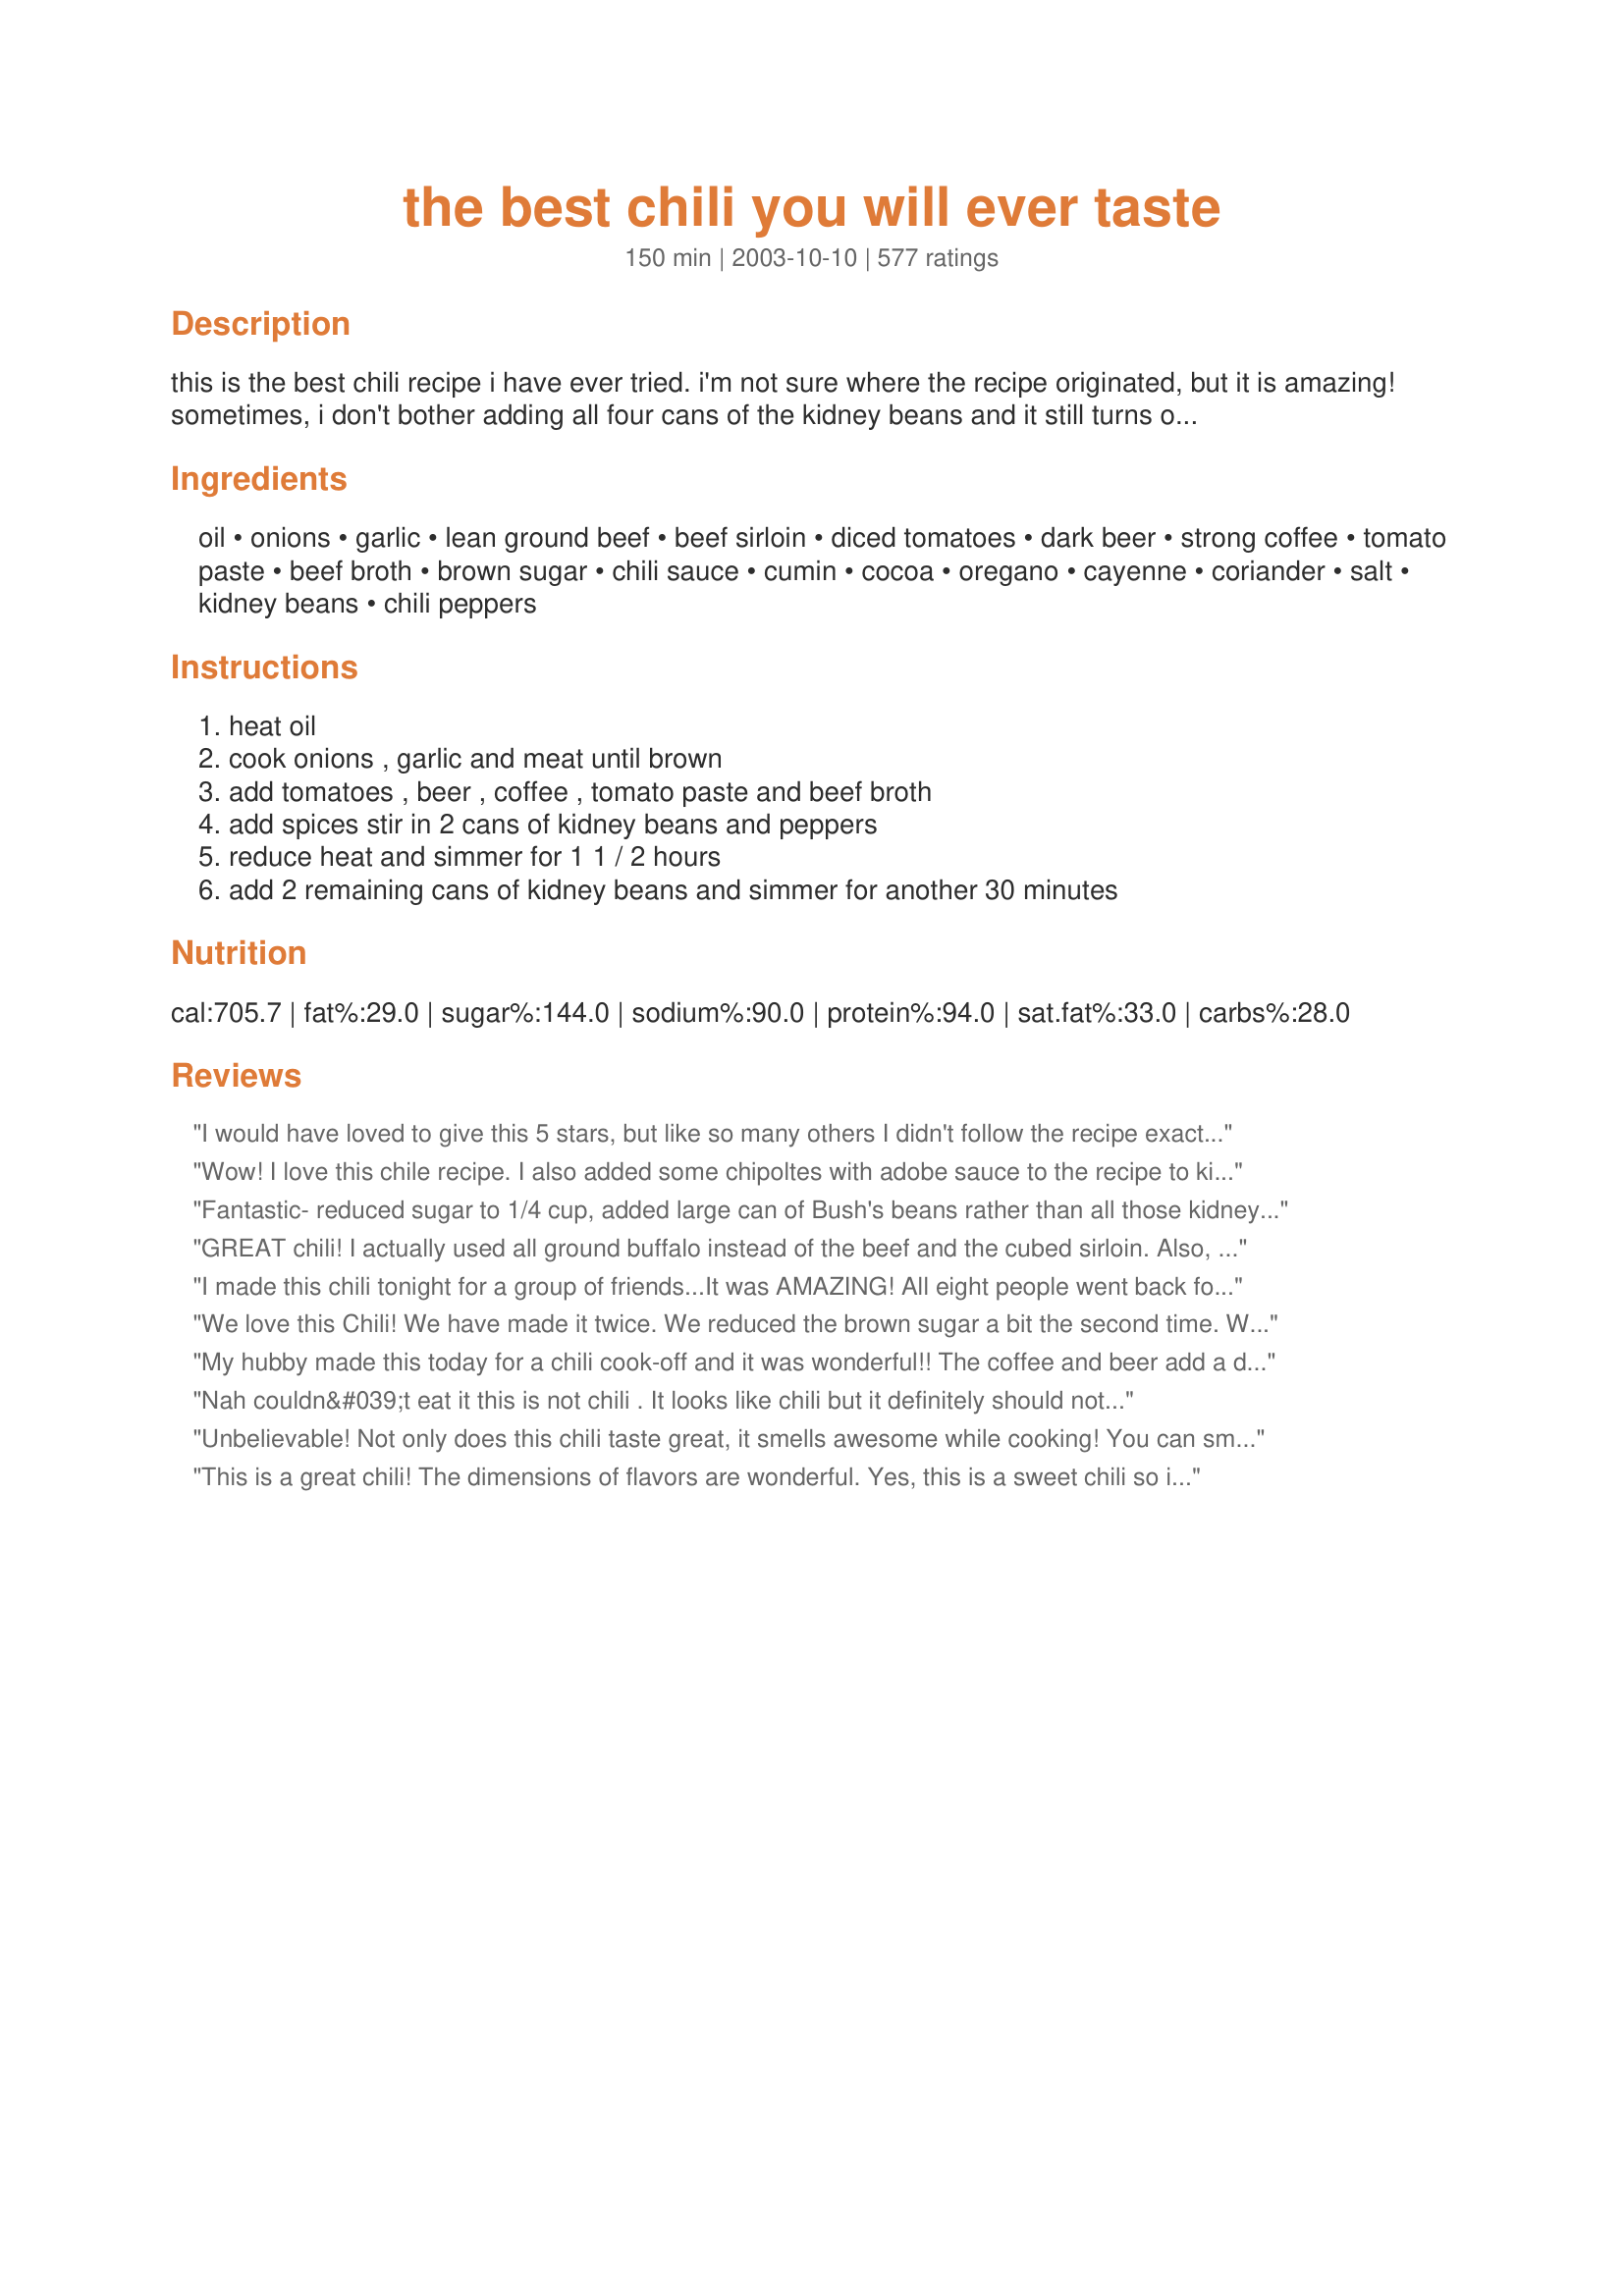
the best chili you will ever taste
Preparation time: 150 minutes

this is the best chili recipe i have ever tried. i'm not sure where the recipe originated, but it is amazing! sometimes, i don't bother adding all four cans of the kidney beans and it still turns out wonderful. once anyone tastes this chili, they will be begging for the recipe!! enjoy!

Ingredients:
oil, onions, garlic, lean ground beef, beef sirloin, diced tomatoes, dark beer, strong coffee, tomato paste, beef broth, brown sugar, chili sauce, cumin, cocoa, oregano, cayenne, coriander, salt, kidney beans, chili peppers

Steps:
heat oil, cook onions , garlic and meat until brown, add tomatoes , beer , coffee , tomato paste and beef broth, add spices stir in 2 cans of kidney beans and peppers, reduce heat and simmer for 1 1 / 2 hours, add 2 remaining cans of kidney beans and simmer for another 30 minutes

Reviews:
I would have loved to give this 5 stars, but like so many others I didn't follow the recipe exactly. I think if I would have, I still don't feel it would have been 5 star for me. We used espresso coffee, used chili powder (as someone else suggested), used 1/2 the sugar (I have trouble with too much sweet), and used white kidneys & pinto mix. It wasn't bad really. I truly expected more. I've heard that if you make a rue from red wine with the tomato paste it will enhance the flavors, I may try this next time.
Wow! I love this chile recipe. I also added some chipoltes with adobe sauce to the recipe to kick it up some. We loved it. This is now our regular chile recipe.
Thanks for sharing this one.
Fantastic- reduced sugar to 1/4 cup, added large can of Bush's beans rather than all those kidney beans, added can of corn, only 2 jalapenos, added lots of cayenne pepper and more cumin, and used fresh tomatoes over the canned. I ended up putting it all into a crockpot with a small beef roast (instead of ground meat and cubed serloin) and let it cook over night (14 hours). This morning i got up to taste it and WOW- the slow cooked meat just falls apart adding a soft delicously flavorable meat to the chili. My crockpot is small and the beer wouldn't fit (i was so excited about adding beer to chili) i guess next time i will reduce the beef broth and scale back on the quantities so that the beer can fit. If you love this recipe be sure to try a Mexican sweet mole. It's a ground nut, honey, and dark chocolate based sauce that is served over meats. Lovely!!
GREAT chili! I actually used all ground buffalo instead of the beef and the cubed sirloin. Also, I only had 1 can of beans, but the chili wasn't missing anything! Usually I have to add extra seasoning, but this was right on. I'm excited to have the leftovers!
I made this chili tonight for a group of friends...It was AMAZING! All eight people went back for seconds! I wish I had some leftovers :( I cut back on the hot sauce (1 tbsp instead of 3 1/2) and let those who wanted it hotter add their own. I also cut back on the brown sugar like others suggested (1/4 of a cup instead of 1/2). I may make more tomorrow...
We love this Chili! We have made it twice. We reduced the brown sugar a bit the second time. We use wine instead of beer since gluten is an issue in our household. Amazing recipe!!
My hubby made this today for a chili cook-off and it was wonderful!! The coffee and beer add a depth of flavor that regular chili doesn&#039;t have. Try it, you will like it. Thanks Amanda!!
Nah couldn&#039;t eat it this is not chili . It looks like chili but it definitely should not have all that sugar . You should not brag about how good it is because this isn&#039;t even top 1000 im sure in a chili cook off it would lose sorry.
Unbelievable! Not only does this chili taste great, it smells awesome while cooking! You can smell the cocoa, beer and the coffee as it cooks wafting through the air beckoning you to come and savor the flavors within.
Yes it is That Good!
This is a great chili! The dimensions of flavors are wonderful. Yes, this is a sweet chili so if that&#039;s not what you want find another recipe or come up with your own. Please stop posting recipes as reviews!
I,ve always wonderd what was missing from my chilli. And now i,ve been enlightend. Thank you
I cooked this recipe and entered it in our annual mens Chile cook off and came in dead last. What a waste of alot of money to cook it
This was really good! I substituted more beef broth for the beer, a flank steak for the sirloin and simmered everything in the crockpot. Yum! I will definitely add this recipe to our dinner rotation. I think next time, I will decrease the brown sugar to 1/4 cup, just to know the sweetness down a notch.
This was pretty good. I didn't have some of the ing. but it was ok without them. My dh thought it was a little sweet for chili. Overall it was tasty. Thanks
thank you for an outstanding recipe. we are big chilli fans and this is the only recipe i will be making in the future! i did restrict the beans to 2 cans and this was plenty for us. although this recipe takes some time to cook it makes a huge amount and turns into not only a totally delicious chilli (the best one we have ever tasted) but also an economical dish. i even used some of the leftovers to make a pizza! i was not too sure of the quantity of dark beer as it says one can. i live in africa and the best dark beer is Guinness which comes in a very large can so i put in 3/4 of a can and as it turned out superb i guess i was right. i shall never make any other chilli recipe again other than this. THANK YOU.
I have to admit, I was nervous to serve this to my husband as I thought it might be too sweet or too out of the ordinary for my him but I must say it is fantastic!!! I think the key is to leave it simmering for the recommended time so thickness is not an issue. Four cans of kidney beans was plenty for us. Love it! Thank you so much for a unique version of chili.
The ingredient list really intrigued me as I was looking for a chili recipe...I really thought that the chili tasted a bit too sweet - other than that, it tasted great! DH did not notice the sweetness, so he liked it fine! :) Thanks for sharing the recipe!
I have two words to describe this chili Awe Some I've been told to enter this into contests.
Amazing, I can't make enough of this stuff!
I am not sure this will make it to monday (I was making it to take in for co-workers!)...i can't stop "testing" it.... I'm sure it'll only be even better tomorrow, too! Thanks, Amanda!
I can't quite give this 5 stars yet but it is darned close! I was looking for a recipe to use in a chili cookoff and I'm sure this will be the one - with a few modifications. I followed the directions exactly but should have taken note of the reviews about sweetness. I did find it to be too sweet for chili and will cut the brown sugar AT LEAST in half the next time I prepare this. I also added 1/2 cup of red wine and drained the liquid from 2 cans of beans to compensate. I used canned green chilis and added about 1 T. of my favorite hot sauce as well. I think the next time I make this, I will switch up the beans a bit and add 1 can of light kidney beans, 1 can of dark, 1 can of pinto beans and 1 can of black beans. The color diversity will go well with the diversity of tastes and textures!

I really love the way these very interesting flavors blend together and I can wait to try this again, with much less brown sugar. THANK YOU!
The name is right! I have never been a chili fan but I LOVE this recipe. I take it from some of the comments that a lot people are used to a more peppery, tangy chili and weren't really feeling the sweeter richer flavor but for me that's what made it so good. I took this to a football tailgate a year ago and people still ask me when I'm going to make it again. :-)
Made this chili for a cook off and took 4th. The chili that won was hotter than I made mine. I love, love, love, this chili. First time I made it, I thought it was a little sweet for my taste. Second time, cut back on brown sugar and nailed it. I never had a receipe for chili until now.
This truly was some awesome chili. DH was a little disappointed that he couldn't actually taste the coffee and the beer in the mix, but agreed that it was very good nonetheless. :-) I made mine in the slow cooker. I browned the meat, onions, and garlic and added to the cooker with all of the other ingredients, except for 2 cans of beans. Cooked it for 9 hours on low and added the other 2 cans of beans when I got home from work. Let it cook for about 20 minutes while some corn muffins baked. I will probably add some more peppers next time, as we like our chili of the 5-alarm variety. I also didn't pack the brown sugar, so I don't know that it was as sweet as others have mentioned.
Very good! It was a little sweet for my taste, even after reducing sugar by half, but otherwise great! And if you like a sweet chili, don't change a thing.
Made this chili for a superbowl party. It was bar far the best chili I have had. The guests at the party also agreed. Will make this again very soon!
I made this as per recipe without changing anything. I didn't care for it at all. The cocoa was really over powering and just didn't taste right in chili.
Just put it all together in a crock pot. Tastes great so far :) Added brewed coffee to taste. Ended up being half of what&#039;s suggested. Added 1/8-1/4 cup of the chili sauce instead of the 3tbs. Added brown sugar to taste. We like it on the sweeter side. Added about 3tbs of chili power. Just used ground beef. Didn&#039;t add any peppers to keep heat to a minimal for family members sensitive stomachs. Will update in a few hours after we eat :)
While I liked this chili, I do agree that it is too sweet. I cut back to 1/4 cup brown sugar and the sweetness of it was overwhelming. I will make this again, but leave out the brown sugar. I also added another can of diced tomatoes.
This was super delish and really fun to make. A bit pricey too, but worth it! I omitted the hot peppers and mashed the kidney beans before adding them to the pot cuz I'm not a big fan of beans. This also works to hide them from kids who don't like them! I froze alot and keep enjoying it occasionally. I eat served with Frito scoops, and sometimes sour cream and old chedder shreds. Thanks so much, it's a keeper!
I really enjoyed this chili. Only gave 4 stars because I made some modifications to the recipe, per other reviews. I only used 3 cans of beans, 2 cans pinto, 1 can kidney. I used one and a half tbsp brown sugar, and used chili pepper paste as I could not find chili peppers. I liked that it did not have chili powder and still had great flavor.
A tad too sweet. It gets better with age. It&#039;s better as an all day crockpot simmer rather than a quick fix.
Oh,this is good!! I've made this a couple of times,the second time I used rump instead of sirloin (a cheaper option,and as it cooks for so long it seems a bit less of a waste than using sirloin).I wasn't too accurate on the beer or broth measurements either (so many different sized cans!!),and I also only used two tins of beans.My husband saw me cooking and turned his nose up when he saw the cocoa and coffee on the worktop-he apologised after he finished his second helping!!! An absolute star of a recipe-many thanks for sharing!!
Pretty good when made in a crock pot. As an inexperienced cook I was a little frustrated that the recipe didn't specify whether to drain the beef and beans. Also, I used coriander seed since it didn't specify and I was unfamiliar with the spice, but ground coriander would probably work much better. I omitted diced tomatoes and onions because of picky eaters in my family and used only ground beef and 3 cans of kidney beans. Added a little tomato sauce and some chili powder as well. The recipe came out too sweet even with only 1/3 cup sugar. I found a cooking forum that suggested adding dry mustard to taste to balance it, and that worked pretty well. Overall a good recipe, but next time I'll use extra caution adding sweet ingredients and omit the coriander completely.
The taste intensifies wonderfully after cooling, keep in mind while adjusting to taste for sweetness/spiciness as suggested. Delicious with lettuce, avocados and fresh tomatoes, we don't even feel like adding cheddar cheese, very very tasty!
I never made chili before, I followed the recipe with the exception of the chili peppers (I used 4 homegrown tabasco peppers which I smoked with apple wood chips). I won first place in my family chili cook-off in which there are a bunch of cooks/chefs (I'm not by ANY means). Thanks for the recipe!
I thought this was a great recipe. I made venison chili, with ground venison, braised backstrap chunks, and smoked venison sausage. I upped the heat by using hot Rotel vice diced tomatoes and added extra cayenne. I too cut back on the sugar (used a &frac14; cup). The coffee and coca were a perfect match for the venison. I entered this chili in the office chili cook off and won 1st place, so I?m not too sure about all the really negative reviews. Chili recipes are like opinions?everyone thinks theirs is best.
SO GOOD!!!! I made it for a pot luck, blind, and it was the most requested recipe. So popular with "different" ingredients, that I have transformed so many to chili lovers!! Thank you Amanda. My bro lives in Ohio and he added spaghetti, makes it more like Burgoo, BUT BETTER. I do a big can of tomato, but thats all I had. Have used a variety of beans and all good.
Thank you for this wonderful recipe. Beer and coffee in chili, who would of thought this would turn out so darn good!
We had this last night and were pleasantly surprised! After reading a few negative reviews I wasn't sure what to expect but we loved it! I did half the sugar as suggested by other reviewers. I added a few fresh tomatoes in addition to the can and my husband and I agreed that if i omitted the steak next time it would be just as good. Thanks for a fun new chili recipe!
Very good chili! I reduced the brown sugar to 1/4 cup and felt it was still a wee bit too sweet. Otherwise, it was a nice saucy chili, and everyone liked it!
This was definitely a good guide for me to make a really delicious chili! Probably the best one I've ever made, but I did make a number of changes to the recipe. I doubled the garlic, and used 1 pound of spicy chorizo instead of lean ground beef. For the beer I used a dark porter which I would definitely recommend!! After that, I omitted the brown sugar and chili sauce and used about 2 tablespoons of maple syrup to add just a little bit of sweetness to the chili and to take the edge off all the heat! Broth was better than bouillon veggie base and water. About the heat... I used 2 red jalapenos and one poblano for freshness and flavor. I kept all the spices the same as listed in the recipe, but added an orange bell pepper to the mix. This made the spicy factor perfect for me (spicy but no burning), and if people wanted more heat they could add chili sauce (sriracha) to their own bowls. I didn't buy kidney beans at the store because I thought I had some... so I used the only beans I had which was 1 can of red beans and 3 cans of black beans. It came out DELICIOUS. The chunks of beef are a nice touch. Served with fat free greek yogurt, cheddar cheese, green onions, and freshly baked homemade cornbread! YUM
This is definitely the "best chili you will ever taste" in our house! Have made in a number of times now (only reduce the amount of beans because kids not keen on them) and the plates are licked clean. Thank you so much for posting.
Substituted jalapenos & habaneros for the chili peppers, loved it! Great recipe!
I wish I would have been able to get online and look at the reviews before making this. It was too sweet for me. Hopefully my husband will like it, since I made it for him and his buddies. <br/>If I make it again I would just use ground beef and only add 1 T of brown sugar. Only thing I did different was add 2 chopped jalapeno's because I didn't have any chili peppers.
I made a vegan version of this chili using Yves hamburger substitute, and it was very good. Only used one can of tomato paste and feel that was more than enough. I think with two cans the tomato flavor would take over. Also cut the sugar in half and it was plenty sweet. Used 4 green chilis from my garden. Used a brown ale but will try a light lager next time. Also used pintos instead of kidney beans because I think they're more suitable in chili. All in all a keeper recipe that I will make again.
I have made this chili a few times and it's very good! I don't use as much sugar because it can get a little too sweet for my husband. I'm making it again today!
I have read many reviews of this before trying it. So I took my own spin on it using my own recipe for my personal chili and added the coffee chocolate and beer. I like it. Though my recipe is a bit different than this one. Overall I think that adding the brown sugar would have made it too sweet for chili and adding some chili powder is always a must for my chili. Check my recipe out and you might find it even better.
The very Best Chili I have ever made! I have been making this Chili for 5 years for our Halloween Party and EVERYONE (Well over 30 people) agree this is the best! All year long my friends and family say "we can't wait to have your chili!"
It was so good... I was really impressed and so was my husband. I did only 2 cans of kidney beans and 2 chili peppers but it was still so good.
When a person changes the recipe to an entirely different version, yet gives the recipe 4 to 5 stars, then that isn&#039;t accurately judging the original recipe. Having the variations is great and I see some I would much rather try than this original, but the 4-5 stars belongs to YOUR recipe....not the original!
Thanks Amanda! I just won a chili cook-off at our company using this recipe! Even more impressive: we're in TEXAS!

Alterations: I doubled everything to start, except the chilis, so it would be a bit milder.
For the dark beer, I used Guiness Draft. For the sirloin, I used a couple of thick t-bone steaks, well trimmed and diced into 1/4 to 1/2 inch cubes. For the ground beef, I used ground sirloin - when I browned the sirloin, I did not "powder" it, instead leaving most of the chunks about 1/2" or larger.

Most Important: After the initial cooking of the chili in a large stew pot, I transferred it to a couple of crock-pots and left it on low for about 14 hours, stiring only once every couple of hours.

This resulted in a hearty chili that warms you to the bone and has several stages and layers to the flavor that the audience found most interesting and enjoyable.

Thanks again!

Wonderful flavor with so much complexity. Everyone I make this for raves about it.
The fun thing about chili is being able to play with it. I was looking for a base recipe for the crockpot and all the good reviews led me straight to this one. As with most of the other chefs, I subbed. I used a mix of ground beef, pork, chicken and hot italian sausages, grated dark chocolate, black and pinto beans, and serrano and chili peppers. Omitted all but a tablespoon or so of sugar and used chili powder, but the uniqueness of the coffee and dark beer was amazing. I almost didn't want to add the spices, just that with the cooked meats and onions was SO good. So, if this help another person sub item they don't have or don't like, great! A beer connoisseur recommended Black Lion when told what it was for and WOW, what a great beer - enough for both the chili and a nice tasting glassful. It is full-bodied and not sweet. HAVE FUN!
Since I had leftover sirloin in the fridge, coffee in the coffee pot and beer in the garage I felt compelled to make this chili. I was a bit skeptical that it would be better than my old standby recipe but was I ever wrong! This chili really is the best I ever tasted! I omitted the coriander because I didn't have any and used a can of Bud instead of dark beer. I used a t. of chili powder in place of the peppers. I also only had one can of beans so this ended up heavy on the meat. Next time I will use less brown sugar because it was a little sweet. All that aside, this is an amazing chili recipe. Can't wait to make it again just as written.
No doubt the best chili I have ever made or tasted. I will never make another chili again. Made it exactly as it as written. For those of you with gluten allergies I used a gluten free beer for this. AWESOME. UPDATE. I made this chili last year for our church superbowl party and like I said it was awesome. Apparently, it made such a good impression on a couple people at church that they actually requested I make chili again.
This is the first time I made chili, and it came out fantastic. I halved the recipe and used ground turkey to make it healthier. I also followed the suggestions of other reviewers and reduced the brown sugar to 1 TB. I used 3 heaping TBs of chili powder because I didn't have any chili sauce and added about 5 dried chili peppers, including seeds (we're big fans of spicy). So yummy and spicy, and surprisingly easy to make. I'm adding this to the permanent recipe collection. THANKS!
Definitely a 5 star. I would cut back on the Brown Sugar by third. If you like it a little more warm. Double the cayenne and and/or add Chipoltes..or whatever pepper strikes your fancy. This one is a keeper.
It is the best I've ever tasted, but my tastes and others often disagree. It may not be for you but I make it very often
Obviously I'm in the minority here, but I don't see what all the fuss is about. This chile tastes more like baked beans with meat in it and although it's nice, I like my chile to taste like chile. The sweetness was the only drawback for me--it had a nice flavor otherwise & you couldn't even tell there was beer, coffee and chocolate in it. But that might be because of the sweetness! If I ever make it again, which is doubtful, I would omit most or all of the sugar.
We really loved this chilli. I added Guiness , hadn't a can of beef broth so used good quality stock cube, I put slightly less than 1/4 cup of brown sugar so it wouldn't be too sweet and since I hadn't any cocoa was able to sub with best quality dark chocolate. I used 2 chillis which suited our taste- might add another one next time I make it. I used half the amount of kidney beans ( only so we could still live under the same roof!!)
Left it overnight -the best flavour ever! The only recipe I'll ever use again.
Thank you for sharing.
This is absolutely the easiest and best Chili recipe ever. It could win contests and it wins over every person I feed it to. We make it several times a year and freeze the leftovers for a quick meal. Kids love it (if you make it with a little less bite) and adults love it with all the bite. Not too spicy, just perfectly spiced and delicious when topped with some sour cream and cheddar cheese.
I have been using this recipe for the past few years, it&#039;s fantastic! I cut the brown sugar in half but otherwise follow the recipe. Thank you for sharing!!!
I made this for the 10 firemen I work with and they absolutely LOVED it. Thanks!
VERY CLOSE to the very best chili. I used ground buffalo and 1-1/2 lb. buffalo sirloin. Left out the brown sugar, added 2-3 tablespoons of chili powder. Used drained and rinsed white, black and dark red kidney beans. Spill in a little of that red wine you're sipping. Comes out great. We liked it! And as usual with chili, it was better the second day. Great for non-cooking football Sundays. Serve with grated Cheddar and maybe sour cream if you're so inclined, and we are. Another contender for the very best chili is #50732, Kelly's chili. Quite different from this one, but definitely very good. Many thanks for sharing the recipe.

...Janet
This may be due to my preference, but I love my chili ... but I wanted to try something different. I loved the beer and cocoa since I do use that in other recipes, but I am not sure what didn't work. But WAY WAY too sweet, just not like chili should be. The sirloin was nice but there just was a lot missing for me and the sweet just took over. I saw this a few weeks ago and printed it out and was taking it to a friend today. I actually threw the entire pot out and started over. For me it was nothing I wanted to eat. My friend tasted it and felt the same way. I'm sorry. Just didn't think it was good.
I made this, however I used ground turkey instead of the beef. Used the beer, and the other ingredients as described and my family and friends raved that it was by far the best chili they have ever had. I made a big dish of corn bread w/cheddar and jalape?os to go with it. It wasn't too sweet as many describe, and the coffee and beer where clear enhancers of the overall flavor. This will be one of our primary Super Bowl menu items this year, and for years to come. ENJOY!
I didnt have dark beer so used red wine. Also added sliced red and yellow peppers. It was AWESOME!
When I first saw the reviews for this recipe I thought it was going to be really good. However, the beer and sugar taste was way to strong. Everything else tasted really good. Overall I would not suggest this recipe unless you really like the taste of dark beer.
OH. MY. GOODNESS. We're having an unseasonably cool summer this year and are already in the mood for chili. I thought I'd try something different than usual and found this recipe. It was spectacular. I cut the brown sugar back to 1/4 cup (and will try it with 2 Tbsp next time) and only had room in the pot for 2 cans of beans. Otherwise made as directed. I used Bass Pale Ale for the beer. Served with Fritos and shredded cheddar cheese. Can't wait to have the leftovers for lunch. I'll bet it's even better today!
Too much sugar, too much beer, too much coffee, too much tomato paste...and the sodium content will kill you. Pass on this recipe.
I really love this recipe! I usually use ground turkey when I make the chili and I either omit or reduce the beer. My boyfriend is not a huge fan when I used the whole can and prefers it much better if I leave it out. I'm an admitted wimp when it comes to tolerating heat in my food so I like the fact that it's kinda sweet. It's definitely my go to recipe when I'm feeling like chili for dinner
Thank you thank you, I made this yesterday for the nfl playoff games and everyone loved this receipe and want it. They want me to make it for superbowl xxxx, I will. My only substitute was I used pinto beans. They loved it on chips....
This chili is really good. It does have a sweeter side than most, but enjoyed it. We used ground turkey, stew beef and in place of the chili peppers, used some leftover pickled jalapeno peppers which gave it some great heat..nose was running, but we could still enjoy the flavors.
Ivan
I give it 0 star for my rating!
I'll stick with my own chilli recipe.
 This one I didn't know if I was drinking coffee or eaten chocolate pudding. It was way to sweet. 
I do not what this is but its not chilli?
I've had all kinds of chili before, but this is certainly the best I've ever had! The cocoa complimented the chili, and it was SO much better the second day. We used only 2 cans of beans, and that was perfect by the second day because the chili thickened.
I won my office chili contest with this one. Every time I make it (2x ayear) I fall in love with it all over again. There's something about that initial spicy bite, followed by the velvety sweetness that literally makes a mouth water. If you don't like this chili - you don't like chili!
Look my neep-noops, don&#039;t sit there and tell me this recipe ain&#039;t the shizzle. First off, yes, I realize this recipe calls for half a cup of brown sugar. Like a riddle out of a Tolkien book, this is the nut you have to crack. Ninjas, do not put brown sugar in a chili. Dear god. I mean, for the love of god, why would you put sugar in a chili. Are you baking a cake? No. You just passed the test. This is &quot;supes obvi&quot; as a millennial might put it. So, okay - you&#039;ve crossed sugar off your list now, right? Good. Next riddle. You&#039;re making chili, right? You open your spice cabinet/ drawer/ what have you - what do you think you should go for? Good guess dude, it&#039;s that chili powder. Real talk: take out the sugar, add a tablespoon of chili powder in its stead. The rest of the ingredients are quiche, no doubt about it. Now what are you waiting for? This thing is going to take a couple of hours - get it on the stove! P.S. add a good helping of cheddar to your bowl and you&#039;ll be on in chili - what for it - heaven.
My DH said this was the best chili he had ever tasted and could not stop raving about it. It was mildly sweet (I cut the brown sugar in half) and slightly earthy and had a wonderful, complex flavor. I added chopped green bell pepper and corn to the mix, but otherwise followed the recipe as written. Super easy to make.
I've made this chili for several years now, it's the only recipe my family wants. I never put the beer and sometimes I skip the coffee. It is great!
If I could give it 10 stars I would!!! Changes: Left out the beer and coffee (we aren't a coffee family, so no coffee maker). I used chili powder (3 1/2 T), used 1lb deer burger, and guesstamated on the sirloin as I only had a sirloin roast that was about 2lbs, so I used about half. Forgot the oregano and coriander spices, but it still turned out great. Used 2 cans of chili beans and 1 can of Kidney beans, will use 2 cans of Kidney and 3 of Chili beans next time (we like beans). Other than that is was GREAT! Hubby loved it and he normally hates any chili recipe I find! It was perfect! We great with homemade cinammon rolls!
Excellent! My husband wants to rate it over a 5, however, we can't do that! Really a great chili recipe!
I think as the recipe is written it is way to sweet. Instead I doubled the recipe but not the brown sugar or the beans. It was still pretty darned sweet. I got a bit confused reading some of the reviews because they talked about chili powder when the recipe calls for chili sauce so I used a bit of both. I also used 3 different kinds of beans, 1 can of red, 2 cans of kidney and 1 can of pinto. Overall it was really good chili that I would definitely make again only next time I would probably cut the brown sugar back to 1 tablespoon and add more to taste from there.
I should have read the comments before attempting this recipe. It&#039;s been simmering for a bit, so I gave it a taste. Agreed, too sweet. However, I did use chipotle peppers in adobo sauce instead of chili peppers, which gave it a smokier flavor. I&#039;m not too confident though, as this is our entry for the chili cook off at church tomorrow. &lt;br/&gt;&lt;br/&gt;Dear God,&lt;br/&gt;&lt;br/&gt;Forgive me, for I have sinned. I will never put brown sugar in my chili ever again....&lt;br/&gt;&lt;br/&gt;R.D.O.
I had no beer, so i added some Jack Danials to it instead, i also didn't have any coffie made so i just put some instant coffie in because there was alot of liquidalready. I cooked the meat, onions, garlic and tomatoes(i used fresh) in a pan, then put it all in a crock pot. nice sweet finish
Different. I used ground beef, no sirloin.. And I agreee, way to sweet, will have to cut down on the brown sugar! No beer, used water instead coffee, added chili beans AND chili powder remainder of seasonings. Will keep playing with recipe. Basically, pretty darn good, just too sweet!
I hated this but my husband thought it was amazing. I typically reduce the amount of onions I add as I'm not quite accustomed to them yet, but I didn't do that with this recipe and I think that's why I hated it. My husband, however, agrees that it is the best chili you will ever taste! Someday I'll try again with fewer onions.
Made it again for company's chili contest and won! This is the second time I've ever made chili in my life and it is so tasty! For the contest I also added lots more garlic, Guninness, maple bacon, maple syrup (but cut the sugar to 1/3), tabasco, double cayenne and fresh cilantro just before serving. Also made lime cream (mixture of sour cream, lime juice and lime zest), a great way to cut the heat a little and a refreshing finish! Overall, AMAZING chili! Thanks for the recipe!
best i've ever eaten and made what a great sweet and spicy taste just the perfect amount i did as others did by only using 3tbsp of brown sugar and using 2 lbs hamburger and no hot peppers for us but it was great and i'll definately make it again awesome!!!
Fantastic chili! I've been trying to find a chili recipe I can use as a go-to and didn't have any luck until I found this one. This is a great chili with a wonderful semi-sweet and savory taste. I used 1.5lbs of ground beef and about a pound of beef stew meat and added an extra clove or garlic. I didn't have any chili peppers, so I subbed 2 teaspoons of chili powder as others suggested. I only used 1/2 tsp cayenne because I have a little one who loves beans, and the chili was perfectly spicy for us. I think 4 cans of kidney beans are perfect and give it that healthy boost of fiber (not to mention, my 15 month old Loves them!). Thanks!
Great chili recipe! Thanks for posting this winner - I've stuck with my same chili recipe for years.. I think this just replaced it!
My thought is if your going to make the best chili, shouldn't you also make your own beans? Now come on, fair is fair LOL! I did make my own, and with this recipe to make chili, we had an award winning recipe all the way! Thank you Amanda for this recipe. My wife and I will be using it many times in the future.
I loved this recipe! Like others, next time I will cut the brown sugar down to 1/4 cup and add a bit more garlic, which is my personal taste. But, this recipe got fantastic reviews from all my guests.
This really is delicious!! I made it for a get together at our house and we could NOT believe how amazing it was! I only used 1/4 C of brown sugar, and that was enough for my taste. My suggestion to others... try a little at a time until you get the amount of sweetness. That way you don't end up w/ an entire pot of chili you DON'T like! I had heard before that unsweetened cocoa was good in chili so I was excited that this recipe called for it. Seriously, this was GREAT!<br/><br/>Ok, so I made it again today... it's in the crockpot for dinner, but I've already had 2 bowls!!!! This time I didn't bother with using the sirloin or the chili SAUCE. And it was PERFECT! I absolutely LOVE this chili!! Thanks again!!!!
Followed the recipe almost exactly, used 5 tablespoon brown sugar and 3 cans of beans. Was liked by all! :) Thanks for posting!! Helped me win the chili cook off! :)
This turned out really well and tasted great. I used only 1lb of ground turkey for the meat and only 2 cans of kidney beans. This seemed to be plenty. I cooked mine in the crock pot (browned meat, onions and garlic in a sauce pan first) for about 2 hours instead of on top of the stove. Very good, highly recommended.
What a recipe! I used chili beans instead of kidney, cut back on the brown sugar and used chili powder instead of chili peppers. Everyone at our potluck loved it! Definitely better the next day!
Not good. Way beyond too sweet. Sorry but this not a keeper.
Awesome, loved the base flavour of this chili! Will be using this recipe in the future! Thank you for posting!
This is a good and tasty chili. We made it just as the recipe says, and agree it's on the sweet side. Might cut back on the brown sugar next time and throw in some chili powder. Also agree with other reviewers that it tastes better the next day. A great chili recipe!
I didn&#039;t use the exact amount of ingredients to cook the chili according to this recipe. I cut everything in half and skipped dark beer. Didn&#039;t feel like putting too much sugar in, so only added 1 tablespoon brown sugar. Instead of using dried cilantro, fresh cilantro was sprinkled over the chili when it&#039;s done. Chili sauce was substituted with homemade chili oil. It turned out really good! Thanks for posting!
I actually made this recipe this weekend from a recipe card my mom gave me. The only addition was a 1/4 tsp of cinnamon. Great chili!
my church has a yearly chili cookoff and my moms chili was entered 4 years in a row never won anything...the pastor always wins...it was kinda annoying, so i made this recipe and it won first place!!!!...i quatered the brown sugar and added some yummy crystal hot sauce. DELISH!!!!!!!!!!!
btw it was super easy, im 13 and was able to make it, although my mom wouldnt let me pour in the beer lol 10 outta 5!!!! haha!!!!
I left out the brown sugar and added some hominy and it was delish! It's a recipe that you could add or subtract just about anything.
How is it possible this earned 4 stars when no one in recent time has rated it above 3?
Not as good as anticipated. &lt;br/&gt;&lt;br/&gt;The paste made it too bitter tasting.
lovely! the addition of cocoa powder and coffee freaked my friend out.. and i omitted the beer due to personal preference. it turned out great anyway! used jalapeno chillies and omitted the sugar because we don't like sweet main dishes. did not stew it for the amount of time specified, more like 1/2 an hour (we were hungry! haha) and served it with crusty bread and salad. oh, and we increased the heat factor by adding more chillies and chilli powder according to taste (we like things spicy). thanks for a yummy dinner! =)
This is a great one, very sweet and full of bold taste. A few notes: 1) I didn't see if I should drain the tomatoes or the beans. I drained the tomatoes, but not the beans. I also cut to two cans of beans. 2) it did not say if it should cook covered or uncovered. I covered it, but let the lid off for the last 30 min. If you like it thicker, the lid off is good. if you like a soupier chili, leave it on. 3) I'm new to cooking and I was not sure what chili peppers were. I did some research and found that any hot peppers will do. I threw in three Serrano peppers. they added a lot of heat. 4) I could not find Cayenne, so I subbed ground red pepper and chili powder blend.

Great stuff, thanks!
Loved the flavors in this chili! Definitely a keeper.
We loved this! Because there seemed to be sooo much liquid, I only used one can of tomatoes. I also doubled the cocoa and chili sauce as we love that unusual combo. We ate some for dinner and froze the rest to enjoy later. Thank you!
This was a good recipe, but I wouldn't go as far as the best chili I have ever tasted. I decreased the sugar to 1/4 cup and I'm glad I did. It would have definitely been too sweet otherwise. I was unsure if the beans or tomatoes were supposed to be drained as the directions didn't indicate it. So I drained the beans, but kept the juice the tomatoes were in. The chili is not as thick as I like it, but I think that is my fault since I cooked it in the crockpot instead of stovetop. More liquid evaporates off and condenses when you do it on the stove top. I probably would have given it a 5 if the directions had been clearer and not called for so much sugar to make it too sweet. Obviously, taste is subjective. It is definitely a good recipe to start with. I'll probably make it again, tweaking it a bit more. Thanks for the recipe!
Every time I have made this it gets rave reviews from my guests. I recommend it! The first few times I left out the cocoa, because it sounded strange, but both ways are good
This chili was great however I fell like the sugar was just a bit too much for me. I ended up having to add some red wine vinegar to cut the sweetness. After I did that it was excellent!
Good! Made this recipe on a very cold day with recipe #263660 and it really hit the spot. Very mild, not spicy, tomatoey, and definitely sweet. I'd seen this recipe on AllRecipes where it has nearly 900 reviews; that recipe calls for chili powder rather than chili sauce, so I assumed the chili sauce was a typo. Used 4 large jalapenos, good Penzey's chili powder, and some wonderful organic ground beef and sirloin steak. We enjoyed the dish, but it's very different from chili I grew up on which was much spicier. I've never added beans, but love what that does nutritionally and as it cooked down, the beans (I drained them)really thicken up the dish. Thanks for sharing the recipe!
Very good just a bit too sweet but easily fixed. Much better on day 2.
I really enjoyed this recipe. I like a sweeter chili and this hit the spot. I usually like to try a recipe exactly as it is shown first and then tweek it. This time I didn't because it was freezing outside and this recipe appealed to me. I did not have a dark beer, my husband went to the grocery store and they were just too darn expensive so I used a regular miller lite (most of the can) I also had just recently thrown out my chili sauce so I added about 1 tablespoon of chili powder. I did not have any coriander so I just did not use it. Too make this kid friendly I did not add any cayenne or chilli peppers. I like a spicy chilli but my three kids do not so that is the only reason I did not use the peppers. With my changes this chilli still came out pretty darn good! And I am from Texas!
This is a keeper, I loved it, it was rich and hearty. I only used 1/4c brown sugar otherwise, I followed the recipe completely. Great fall food!!
I did it this way...<br/>with the 1lb of Sirloin, i cut off the fat, and put in in with Oil, while heating up, removed Fat ring and added Onions and garlic, then Mince and Sirloin Chunks, Cooked for aprox 5 minutes. then added as the directions suggested. I didnt add any brown sugar, but ADDED BY MISTAKE A TABLESPOON of oregeno. my wife doesnt like Kidney beans, so i only added one can of Chilli beans and made sure i mashed the beans i did add, whilst mashing the cubed Sirloin and any thinelse in the POT.<br/><br/>Make sure u use a LARGE pot, mine was close to flowing over, so be careful. the recipe does say 6 to 8 people,,,so maybe cut all in half if need be for just 3 to 4 people. <br/><br/>i used instant coffee instead of already brewed coffee and also OXO cubes with only adding a bit of water in the 6oz tins of Tomatoe Paste.<br/><br/>I have given the Mrs 3 tastings and so far so good....i will update you on the final reult shortly.<br/><br/>Genaron/ Aaron....following on from this...what a success...i have given samples to people at work...because i am a veggie, i need as many people to eat my food, to help fine tune the dish. so...i am going to start again with my review...<br/>oil in pot high heat. put fat rhind salt and pepper a cook to get fat into oil. remove fat with tongs. add meat, this time i used brisket and rump aprox 1.5kg, kept 500 grams of rump back to cube in the last 1.5 to 2 hours. i didnt chop the 1.5kg meat, just left it so it would fit in pot in aprox 5 to 7 peices. the strings of meat are great when complete. add 12oz of picante tomotoes , a can of chopped tomatoes. a wodge of tomotaoe puree, 3 chopped onions, about 3 tablespoons of gravy granules 3 tablespoons of instant coffee, 1/3 of 855cocoa chocolate bar, a tablespoon of each of the following...onions flakes, onion powder, garlic powder, garlic granules, cayenne peeper powder, cumin powder, corriander powder, paprika HOT, chilli flakes, celery salt, salt and black ground pepper. add aprox 1 teaspoon of all spice. 2 tablespoons of chilli sauce, 2 teaspoons of hot sauce 2 teaspoons of soy sauce, 2 teaspoons of worceseter sauce. add one cup of water. done! place on lowest heat on smallest burner of stove top. stir every 30 minutes bottom up vigerously. cook for ...6 to 8 hours rememer to add the 500 grams of rump bite sized peices with aprox 1.5 to 2 hours to completion. for us, this meal last aprox 2 weeks, broken down to single meals and frozen in portions. again, my wife doesnt like kidney beans,,,hence no addition for them. 2 to 4 cans might work, yet...i have given samples<generous portions to 30 plus people, who put their noses up to no kidney beans...yet couldnt help themselves getting really excited about the richness, thickness of the over all result! I promise you, the originators version of this recipe<thank you SIR or Mame, done with my tweaks...will not dissapoint!!! as a Veggie...i NEED your feedback PLEASE!!!!
I was skeptical making this because there are very little tomatoes in in and a bunch of ingredients that made no sense to me. Coffee, chocolate and beer all together? Anyway I decided to give it shot based on all the reviews. WOW was it good, definitely the best chili ever. I could not find chili sauce so I used chili powder and could not find chili peppers and so used chipotle peppers. Other than that I followed it exactly.
Yuck! Best chili NEVER. Way too sweet.
My daughter and I both love this chili. Very rich tasting. Easy to make.
This was NOT good. I was really excited about this recipe, especially considering the good reviews....I followed it exactly as shown, but my husband and I just did not enjoy it at all.
One cup coffee brewed, or one cup coffee grounds? Makes a big difference. I (incorrectly, I think), assumed the latter, and it tastes too much like coffee. The instructions should be clarified for the inexperienced who wouldn't know better.
Quite nice and I will make it again. The sweetness is not something I&#039;m used to in chili, but combined with the heat, it does dance on the tongue. I kept looking for a little tang to go with the sweet and hot....like Worcestshire, perhaps. But I would serve this to guests, no doubt.
I really enjoyed this recipe. I used half the amount of beans, used shredded casserole steak instead of ground beef and used half a bottle of Tooheys Old beer. Next time I may use less than that as I could still taste the beer or even better I will probably try a can of Coca-Cola instead of the beer.

I was goign to take some into work, but my husband, brother and cousin have polished off the whole pot!
I did not like this in any way bitter comes to mind
Awesome chili! We made this for new year's eve. Everyone agreed that cutting the brown sugar in half would have been better, as it was a bit sweet. But all in all, GREAT!
I am sorry -- but I made this exactly as written because I am entering a chili-cookoff this coming weekend. I made this thinking it could be a sure winner. My husband and I tried it that night and I was nearly sick. The flavor is NOT what I am looking for in a chili no matter how you doctor it up -- I don't know if it is the coffee or cocoa or both, but we found it almost offensive.
Chef#1102702 - Brew the coffee first. I just brewed a pot this morning and will leave some in the pot to make this chili tonight. I too will be making this tonight and let it meld overnight for our New Year's Eve bash tomorrow. Will give it my thumbs up after I taste but sounds good! Have some homemade dark beer that should be good in this.
It is good!
Good combination of ingredients. I used two cans of beans because my crockpot was full. The taste has lots of depths and layers without being too spicy. I used about 1 tablespoon of chili powder and two chopped jalapeno peppers. My kids liked it and did not think it was too hot. Thank you.
Love this chili. I omit the brown sugar, because I find it just a bit too sweet for my taste. I add a sprinkle of cinnamon and little chipotle pepper because I like the depth of flavor this provides. I have tried it many ways and I think the dark beer is very important again for a big deep flavor. I disagree with the last reviewer, chili is open for interpretation just like all other American classics. I think this one is worth a try!
Very tasty chili - Slightly sweet. I used 2 cans of beans instead of 4 and it seemed to be plenty. Big raves from the boyfriend. It freezes nicely.
omggg we LOVEEE this!! we're "low carbing" it now, so i cut the sugar, nixed the beans and doubled up on the meat. didn't have "dark" beer, either, so I threw a bottle of miller lite in there and crossed my fingers. talk about awesome!!!! everyone loved it and no one even mentioned the missing carbs. thanks for a great lunch to bring to work!! :)
2 teaspoons oil <br/>2 onions, chopped <br/>3 cloves garlic, minced <br/>1 lb lean ground beef <br/>3/4 lb beef sirloin, cubed <br/>1 (14 1/2 ounce) can diced tomatoes <br/>1 can dark beer <br/>1 cup strong coffee <br/>2 (6 ounce) cans tomato paste <br/>1 can beef broth <br/>1/2 cup brown sugar <br/>3 1/2 tablespoons chili sauce <br/>1 tablespoon cumin <br/>1 tablespoon cocoa <br/>1 teaspoon oregano <br/>1 teaspoon cayenne <br/>1 teaspoon coriander <br/>1 teaspoon salt <br/>4 (15 ounce) cans kidney beans <br/>4 chili peppers, chopped <br/><br/><br/>Truly delicious if not the best, as I am no expert, but my sweetie liked it, so it has to be good:)<br/>I used one onion, but probably should have used two, one can of red beans to start, then black eyed peas, instant coffe, lager, jalepenos. Sadly, I had no chili sauce, but this is delicious:) Thank you so much for posting!
From Mary Marshall
5 stars

I just made this Chili and followed it exactly. It was wonderful. The only question I have for you Amanda is, do you include the juice from the kidney beans? I left it out and have it sitting on the counter waiting to hear the answer. The juice is good and I would be glad to add it if it was intended to. I already served it and got 2 thumbs up from everyone. Thxs
I enjoyed reading the comments from others and it helped me pick out a beer. Also, did you use fresh chili peppers? I chopped whole ones from a can.
I'm forever in your debt, this is wonderful!, i made it last night, everyone loved it, some of the ingredients sounded really weird, like adding coffee and cocoa powder and beer, but it all came together really well. Thanks! ^-^
Good chili but don&#039;t use the coriander. Makes the taste just not as good. Will add more spices next time.
Excellent recipe. My 4 & 8 year olds loved it and asked that I make more. 

I use lots of garlic so I put alot more than 3 cloves maybe 7 cloves. I also could not find in the store chili sauce so I used chili powder. I also used only 3 cans of kidney beans instead of the 4 for this recipe. 

My kids do not like spicy foods so I held off on the chili peppers. Although, my husband and I love spice so we added chopped jalepenos on top of our chili with a bit of sour cream and shredded cheddar. 

Just another note, the chili tastes even better the next day.

This was soooo good I would recommend for any chili lover!
I love this recipe and have had many compliments for it&#039;s unique flavor and won a few &quot;amateur&quot; Chili Cook-off&#039;s. I adjust the spicy and sweet ingredients as needed and also only use 2 cans of beans.
This recipe rocks! We added a bit of extra molasses in addition to the brown sugar (shhh... my grandpa would rise up from the grave if he knew I gave up his secret chili ingredient!!!!). We also toned down the Chili Sauce a bit and used mild chilies as we like to taste our chili not just feel the burn. Turned out awesome... almost as good as my grandpa's... ALMOST!!!!
The title does not lie! I put in a bit more steak and only 2 cans of beans and it was soooo good! It's sweet and spicy, chocolatey and delicious.
Delicious!! I don't think you could do anything to ruin this recipe. I used a can of light beer ('cause that's what I had ) and no sirloin beef, but extra ground beef. Will use the sirloin next time I make this. No chilies ( 'cause I didn't have any ) so used extra cayenne. This is a recipe that you could also add anything else you wanted i.e. green peppers, celery etc.
Made this 2x and it was the best chili I ever made. I nix the beans but it was still awesome. I planning to make a double batch over the holidays for friends and family. So easy to
I, too, liked the added texture of having steak chunks as well as ground beef in this chili. I cut the brown sugar in half. I think 1/2 cup would have made it way too sweet. For the chili sauce called for, I used 1/4 cup chili powder. Doing everything else as instructed. Very tasty chili, indeed! Thank you, Amanda, for sharing this here!
Oh where has this recipe been all my life? I made this chili tonight and have discovered that I have lived with out it for far too long... It is absolutely to die for!!!

In reading the reviews, I decided to add the brown sugar slowly, one TBS at a time tasting as I went along. This recipe is definitely flexible and the world will not come to an end if you omit it all together. Intrigued by the complexity of flavors as I went along, I continued to add the brown sugar to taste and my measurements came close to the amount in the recipe.

Because it is chili and it is fun to play...

My adjustments were as follows:
*2 Tsp bacon fat instead of oil
*Good quality beef
*Guinness
*Starbucks Coffee
*3 Tsp Chipotle in Adobo sauce instead of the chili sauce
*Good Cocoa Powder
*Ground my own spices
*Used 4 different fresh (seeded)chili peppers

As with all things, your sum will only be as good as your parts. Use the best and freshest ingredients you can get your hands on and they will speak for themselves.

This chili is definitely an award winner in my home!

Many thanks to AmandaAOates for sharing it!
I found this recipe several years ago and have made it ever since. Everyone LOVES it, in fact my kids are completely disappointed when visiting area chili cook-offs because they think this chili is so much better. I do vary it a little. I use about 1/3 the brown sugar it calls for. I use a can of chopped green chilies instead of fresh. I like variety so I use red kidney, white kidney, and black beans. I use Amberbock beer and make sure the coffee is really strong. I once tried to use stew meat from the butcher, it was no where near as good as the sirloin....everyone noticed. We love how it starts sweet and then the heat/spice hits. I've read reviews that it's too sweet, I encourage you to cut the brown sugar and try again. This chili has a great "Chili" flavor. This is my first online review of anything ever...I love it that much.
First chili I ever made, loved it!! Put in four serrano peppers, two which I seeded first. My only frustration wish the recipe was it just said chili peppers, and this was enough to confuse me hah. So, it was decided on serranos. Wash your hands very good after cutting these things up. Or just wear led gloves. Maybe because of how hot these were, it didn't seem to sweet to me at all!
Wow! A truly awesome chili! Everytime I make this people want the recipe. This is worth the effort by far. If you're looking for a chili recipe MAKE THIS ONE! You won't be sorry! Muchas gracias, Amanda!
I've made a version of this chili more than a dozen times. After the 3rd time or so, I got my recipe just the way we like it and it is WONDERFUL! It's the only meal my husband ever asks me to make and the only meal he will ever eat leftover. I'm from Texas and didn't even know anyone ate sweet chili...ever. So I've always left out the brown sugar. We also don't eat chili with beans in it so I omitted that. To make up for the missing beans I put a little extra sirloin steak, around 1 lb. Even with leaving out the brown sugar, it was a little sweet for our taste, so I took out the tomato paste and used one small can of tomato sauce instead. I use 2 whole anaheim chilis for the peppers. The rest of the recipe is the same. I always serve it with warm cornbread and shredded cheddar cheese. It is delicious!! Give it a try and don't be afraid to change it to suit your tastes!
The taste was smooth and flavors blended so well. Only change I made was to use ground anchos chili (parent is the pablano). This turned out so well, I'm considering serving at a family gathering where we like to "awe" one another. Thanks for sharing the recipe.
Too sweet and as other reviewers have said, too much beer and coffee flavor.
Awesome recipe! We didn't change anything and we won 2nd place at a chili cook-off this weekend! I think next time though, we will decrease the sugar a little (maybe down to 3/4c for a double batch) and add more jalepenos, or maybe some chipolte peppers. It was a little spicy, but i think it needed a bit more.
I don't even like chili but my son wanted it so I made this he loved it, and I ate it and enjoyed it myself. Will make this again!!
Very good chili, but try this to make it better:<br/>Use 2 shots whiskey instead of beer<br/>Instead of chili sauce use 1/4 tsp cinnamon dash of ground cloves dash of ground allspice. Also add 1/2 tsp liquid smoke.<br/>Use any type of beans wanted more types the better (I.e., kidney, pinto, cannellini, etc.)<br/>Use half the amount of sugar.
I've not made this recipe but considered the ingredients and cooking method. Highest level concern is 101% daily value of sodium in a single serving? Not sure where this is coming from, but most likely: (1) Chili Seasoning - usually 1/4 salt. Better to make your own and leave the salt out or cut way back. (2) Beef Broth - lower salt varieties are available that cut the salt 50% (3) Canned foods used - beans, tomato paste, etc.<br/><br/>It is not difficult to reduce salt, and then the 1/4 teaspoon added during cooking can carry the flavor.<br/><br/>I also agree with - too much sugar, too much reliance on beer, coffee for flavor. And true chili has NO BEANS. My El Cid chili, recipe originally found here and I've changed it over the years, has my family and neighbors asking when I will make it again! Check it out at Food.com.<br/><br/>George Chimiklis, Stockton, CA
Loved it! We like the sweetness of this chili and even with using anaheim peppers there was a little bit of heat in the after taste. It was very easy to make. I made it just as it is written. Thanks for a great chili recipe! For those of you worried about the sweetness-don't be! Some people I served said they liked it but could not say what was different and after I told them they only then realized it was the sweet taste. I might consider using a little stronger pepper next time.
This the best chili recipe. So much depth of favor with the coffee and coco. I like a lot of tomato flavor in chili so I used a 20 oz can of diced tomatoes. I also used chuck stake. A lot of the reviewed commented it was too sweet so I only added 1/4 cup of brown sugar. This will definitely be my go to recipe.
Love this chili. so flavorful. I didn't have beef sirloin so I used ground beef and ground italian sausage...next time will try with the sirloin. I doubled the diced tomatoes..Next time will use stewed tomatoes as I like the chunks of tomatoes, I used Guiness double stout for the beer. And the chili peppers were Jalepeno, Bananna, Serrano and red finger.
This chili had great flavor. The peppers while gave off flavor and balanced nicely with the sweet did not cause a fire..but a nice little kick occassionally. Next time I'll prob add one more pepper for a bit more heat.. Truly great recipe...awesome flavors
This stuff is addictive!I don't even like chili but I thought I'd give this chili a try.So glad I did.We have chili all the time now.
I love this recipe...it is so different and tasty! To have cocoa, coffee and beer, it was so unique and everyone loves it. I used buffalo meat which really is fabulous. Maybe those who don&#039;t like it are from Texas...they don&#039;t like beans in their chili either. But I love the beans for added protein.
Australians are notoriously suspect when you make chili but this recipe won taste-buds. I took this with me everywhere I went last week after making a double batch so all and sundry could try it. The kids in particular liked it, even the ones who don't like spicy food. I also found it was a great way to confuse them...because it was chocolate...but it was dinner.

I used an espresso machine for the coffee and put in a double shot topped up with water ad that was a bit strong. I am also going to replace the cubed beef with kangaroo but leave the mince as beef and cut down the brown sugar by about a quarter just to see what happens.
This is the "chili I" recipe from the other site... The only change being that one uses chili powder rather than sauce. It's been on there for about 8 years now... I've been making it almost that long off that site. That being said, it's a really wonderful recipe that you can vary to your own taste. I use jalepeno pepper, and use different kinds of beans to have a mix. Thicken with masa harina the last half hour of cooking if you want a thicker chili.
This is a very good recipe, but why make it sweet? And some traditional Chili powder would help. Way too much sugar.
There is way too much brown sugar in this recipe. If you like sweet chili, one tablespoon or less would be be sufficient. I like the combination of ground beef and cubed beef. It adds to the texture of the chili. Overall, it has potential with changes to the recipe. Take it to the best chili showdown.
This recipe is far from the best chili I've ever tasted. It is WAY, WAY, WAY too sweet! It is definitely intriging because of the somewhat odd ingredients combinations (i.e. coffee, cocoa, beer--ugh Now that I think about it why the heck did I even try it YUCK!) If I were to make it again which I probably won't, I would definitely leave out the brown sugar. My 12 year old said it tasted like and I quote "candy". Need I say more. I had tons of it on hand and I tried every which way to serve it rather than wasting it. Most of it ended up in the trash I'm afraid.
I actually thought this recipe was terrific! I will cut down on the sugar next time, as several others mentioned. I brought a batch to work and my boss couldn't wait to get the recipe, along with several other co-workers. Thanks for a great recipe! Thinking of entering it in the next chili cookoff :)
we didn't have cocoa but this chili is a winter favorite for our family. we added rotel instead of tomatoes, to make it a bit more spicy, still fab!! :)
I only signed up because I’m disappointed with the reviews. Wow GenuisKitchen... I haven’t tried this particular recipe but based on the reviews , it is unlikely I’d follow this exact recipe. I’m disappointed.... I’ve made quite a few of your recipes and they’ve always been fantastic. Please readjust your recipe before you call it “the best”. I already make a very good chili but wanted to amp it up ....So disapointed
This was way too sweet for our family, even after taking suggestions of adding only 2 tablespoons of brown sugar. It just wasn't our family's cup of tea.
I have made iterations of this recipe for years and I have always been very pleased with the results. Naturally, if you don&#039;t like your chili sweet, leave out the sugar but either way it very tasty!
This wasn't a hit for us but I have to share that I didn't add the peppers and I think omitting them threw off the balance of sweet and spicy that everyone else who reviewed this seemed to love. I will keep on looking!
Well if you like sweet chili, this is the recipe for youâ€¦ we are NOT sweet chili fans. I thought this recipe sounded interesting with beer, coffee and cocoaâ€¦ but the brown sugar really spoiled it for us. I had to add vinegar, extra chili powder and garlic to make it eatable to balance out the sweetness. That being said, it was still a decent chili recipe, just cut back way back or eliminate the brown sugar. PS. Did not add the beans and used ground turkey and substituted the chili peppers with chili powder.
Meh. Didn't taste very much like chili to me, and I follow the instructions to the T. I didn't find that the sweet and spicy flavors complemented each other very well- the beer has enough sugar in it that you don't really need to add the brown sugar. It *was* easy, but I won't be making this again.
Very good. Made it for the first time this weekend and I'm not a foody or a cook.<br/>Was looking for a chili recipe to cook wild game (bear meat) and this one for the <br/>Bill well, lots of different flavors going on. Anyone that doesn't care for that "wild game" taste<br/>Will like this recipe, you couldn't tell the bear wasn't beef.<br/>I used only a 1/4 cup brown sugar but followed the recipe otherwise except I<br/>Used a slow cooker for 8 hours. Came out tasting great but maybe just a little<br/>Watery. Next time I will use instant coffee and bullion cubes to cut back on the<br/>Liquids. But I will definitely be making it again.
Absolutely DELICIOUS. A pretty sweet chili, but there is still quite a bit of kick.
At first, I didn't care for the smell of this chili because I don't like beer. Still, this recipe looked interesting so I wanted to try it. I browned the meat and veggies on the stove, then transferred everything to a slow cooker. I put it on high without the lid. After it cooked for a couple of hours I didn't smell the beer anymore. It's been 4 hours now and it's still going. I've been dipping into it. It tastes out of this world! Very delicious. Thank you for submitting this recipe. I've got 5 beers left and since I won't drink it, I'll definitely make more of this chili! :D
This is, indeed, the best chili I have ever tasted. I've made it for countless BBQ's and it is always a hit.

WARNING: I was lazy one day and tried making this in the crock-pot with only cocoa (no beer or coffee), and it was TERRIBLE. Make sure to use all three!! It's worth it. :)
Hearty, delicious and flavorful!! Served it to dinner guests last night and we were in chili heaven. Took Mike Hamilton's advice and cooked the night before. Let it sit overnight for the flavors to mellow and reheated the next night. In addition to a better flavor, it made entertaining sooooo much easier to have the stuff premade.Used 1 3/4 lbs ground lean beef and omitted sirloin. Subbed 2 Tbsps strong chili powder for chili sauce and omitted the peppers. It had the perfect heat for us.
My family thought that it was good. We changed the name to Shamrock stew, because we used irish beer. We had to change some of the spices around because it was too hot for some of us. The taste of it was great, and we will definatly make this again. For our uniqueness, we used homemade breadbowlls, and that added that extra great taste.
This probably "is" the best chili I have ever tasted! Definitely not a "true" Texan style chili, which would frown on beans, chunks of veggies and tomatoes, but I followed the recipe exactly and me and my kids all loved it.. I read ALL the reviews (phew!) before I made it and I disagree with all those who thought it was sweet, including one who said her kid said it tasted so sickeningly sweet he referred to it as 'candy'??!! I think she used the wrong measuring cup, lol.. the recipe, if made as written, is a fantastic balance of sweet/hot, and we thought they both complemented each other favorably and was neither, excessively hot nor sweet. I will def be making this one again.
now that i made this , i like the spiciness but way too sweet.. ,,can anyone tell me how to get ride of the sweetness? even my kids ,who live on sugars alone, thought it was toooo sweet . <br/>i don't want to throw it all away ,can it be saved?
Great recipe- thanks for posting! I used chuck instead of sirloin- just because i had it on hand- it worked really well. Next time i would only add 2 cans of beans and would cut the brown sugar in half. The kids loved this as is, dh would have liked more heat. Definately a keeper!
This is a very good recipe. I too much like a lot of other people cut the amount of sugar and only added 2 Tbsp. I also only used ground beef and not 1/2 ground 1/2 sirloin chunks. The only chili sauce I had on hand was Thai hot / sweet sauce so that's what i used. Other than that I followed the recipe and next time I will cut the amount of Coriander (which I'm not fond of the taste of) as I found I could really taste that in the chili. <br/><br/>Thanks for sharing the recipe.
This is a great chili but I thought it was much too sweet. I substituted chili powder for the chili sauce but used the full 1/2 cup of sugar. I also added 3 habenero peppers which gave it fantastic hot flavor.
The name is correct, this IS the best chili ever! I don't even like chili, but everyone who tastes this one raves about it. And I like it too!! Thank you!!!
This was awful. I made sure to read the reviews and, after learning that most believed it was too sweet, cut down on the brown sugar. It was way too much money for something that just tasted terrible. The sweet and spicy didn&#039;t go together at all. Something didn&#039;t cook right and it might be because of the bitter coffee being added, but I&#039;m not entirely sure. I was really excited to find a chili I really loved, but this missed the mark by miles. Save yourself the dough and don&#039;t bother.
EXCELLENT EXCELLENT EXCELLENT !!!! I doubled the Recipe & let is simmer in my Nesco cooker, & took it to my Hubbys work for thier Chili Cook Off & I won 1st place & ended up giving the Recipe out to 13 people. I also took this dish to the YMCA Chili Cook Off & not only did I wiln 1st prize I also won 8 of the 8 BEST catergories.
I make this chili constantly, but with two very important changes. I skip the beer and the brown sugar completely (I feel like they are just trying to compete or cancel each other out), and I throw every single raw ingredient into a slow cooker for 10-12 hours on low. Perfection. Oh, and I often go for some variety in the beans instead of just 4 identical cans of kidney beans.
Best chili I have ever tasted or made. I made a few changes - only 2 cans of kidney beans and doubled the ground beef, used nonalcoholic O'douls beer and used green peppers not chilis. Without a doubt the best chili recipe ever. Thanks!!!
Really good chili!! A little sweet for our tastes, next time a little less brown sugar. The spices, beer and coffee were a great change and we really enjoyed the recipe. Thanks so much for posting.
Sorry I saw the rave reviews and prepared the recipe as described here. It was way more spicy than I like and I did not care for the sweetness at all. Might be better with less cayenne and no brown sugar.
I am a horrible cook, and even I made this chili taste AMAZING! I was so proud of myself. Great recipe! I made the chili for Christmas eve for relatives who had been traveling all day. Cooked the day before and reheated for dinner. Excellent. Made more than 8 servings. I had to make several modifications because my family does not eat red meat and I forgot some things at the store: Instead of beef, I subbed Morningstar Farms recipe crumbles (1 1/2 bags), I used chicken broth instead of beef broth, no chili peppers or paste, but I used 2 1/2 Tbls of chili powder, I also cut the brown sugar down to 2 Tbls, and finally, I only used 2 cans of kidney beans and added 1 can of pintos and one can of black beans. The rest of the listed ingredients were used. I was especially excited to use a bottle of Guinness draught in the dish. It was simply delicious. AND, still spicy enough for my sister! It was a big hit with my entire family!
I thought it was a typo to add 10 5/8 teaspoons of chili sauce. I used two teaspoons of sambal olek (chili garlic sauce) and holy smokes it was hot!! I also didn't add any cayenne- I used sweet paprika instead. I thought the chili was a little sweet, but it was good. I'd make it again with only 1 teaspoon of chili sauce, no cayenne and 2 teaspoons of salt.
Michele
Chili without chili powder? This was nothing like chili. Chili does not have: sugar, cocoa, beans (and if you absolutely insist only pintos and never, ever kidneys), or chili sauce (which is basically sweet ketchup with a small kick). Chili tonight? Keep looking.
This was a very good chili. I left out the kidney beans (DH allergic) and the peppers (didn't have any). The flavor of this is sweet with some zing. It is very rich!! I served this with cheese & some yummy cornbread. Thanks for sharing!! :O)
I made this recipe the other day and it was wonderful, very rich and tasty. I made it again today with ground turkey and my husband is loving it. Thanks for posting this one its a real keeper.
We love this chili! Can use turkey instead of ground beef.
WAY too sweet, WAY too salty.. I would have not added sugar, and added 1 T, of raw cocoa powder to cut the acidity.
Wow this was great! I chose this recipe because I was curious how beer, coffee and chocolate would work in a chili and was floored on how good it came out! I thought I had a good chili recipe until I made this! I was worried a few times during the recipe but stayed the course (like when there was so much liquid before it's 1 1/2 hr cooking time), but the sauce reduced as it cooked without a top on it. I think it helped concentrate all the flavors better while making it thicker. I was also concerned with the amount of chili sauce it called for. When I tasted it after adding it, it seemed way too hot. But the different flavors blended as they cooked, cooling it down some and was perfect the next day. The only changes I did was: add a 1/4 c of brown sugar instead of 1/2 c; and added chili powder instead of chilis (because I forgot to pick them up at the store). I also cooked the garlic separately in a different pan with oil (because I was scared to burn it) then added it to the mixture a couple minutes before the tomato, beer, and coffee. I can see why people have used this recipe and won competitions! I can't wait to try it again and wow someone with its ingredients and taste!
I would give this 10 stars if I could. My husband and I love this
chili. It really has a great taste. I did cut down on the chili peppers, because we're not able to eat too spicy of foods. Friends of ours love it too. They can't believe there is cocoa and coffee and beer in it. GREAT JOB!!
I have made this recipe several times with a couple of slight modifications, and everyone who has tasted it has loved it - many people have asked me for my version of the recipe. For starters, I use chuck instead of sirloin for superior beefy flavor. I also do not use any of the sugar. I also add 1 tsp of hickory flavored liquid smoke. Here's the whole ingredients list:<br/><br/>2 onions, chopped<br/><br/>10 or more cloves garlic, minced<br/><br/>2-3 lbs ground beef<br/><br/>2-3 lbs chuck steak, cut into small cubes, most of the fat removed.<br/><br/>2 (14 1/2 ounce) cans fire-roasted diced tomatoes<br/><br/>1 cup strong coffee or a couple of teaspoons of instant espresso<br/><br/>2 (12 ounce) cans tomato paste<br/><br/>1 can beef broth (or 1 TBsp of "better than broth" beef base and 12 oz of water)<br/><br/>3 1/2 tablespoons Heinz chili sauce (about 1/2 of a regular-sized bottle)<br/><br/>1 tablespoon ground cumin<br/><br/>2 tablespoons cocoa powder<br/><br/>1 tablespoon dried oregano leaves<br/><br/>1 tablespoon ground cayenne<br/><br/>1 tablespoon ground coriander<br/><br/>1 tablespoon onion powder<br/><br/>1 - 2 tablespoons crushed red pepper<br/><br/>1 tablespoon salt (or to taste)<br/><br/>1 teaspoon hickory flavor liquid smoke<br/><br/>6 - 8 (15 ounce) can kidney beans, black beans, pinto beans etc - make it as beany as you want - don't drain them unless the chili is already too runny
I've cooked this several times now and love it but I never add sugar to meat so always omit the brown sugar. The cocoa adds a nice dimension and I find the beer & coffee to pretty much be optional (too much liquid with broth, beer & coffee IMHO). I also use pinto beans instead of kidney beans (personal preference) and only one can. Thanks for sharing!
I really liked this recipe. I made it as per print. I do not alter the first time I make a recipe however, the second time I cut back on the sugar. It is my go to chili recipe now.
I'm not a good cook and yet I whipped up this recipe for a chili contest and won! It was a little spicy for me as the recipe stands, but not insanely hot. It has a beautiful color and texture.
This is definatly the best chili I ever tasted! I made this as directed only my store didn't have chili peppers, so I used 2 large jalapenoes. It was pretty spicy, which I loved. This chili was unbelievable! Thanks for posting!
This chili holds it's title! The best I ever tasted! Thanks so much for sharing I will make again for sure!
My church had a chili cook off contest last night and I used this recipe to the dot! Out of 20 cook/chili mine was the winner! I love this recipe!
Hi amanda,<br/>wrote a review on your spectacular recipe...was a little harsh with regards to the sugar content. Either way I LOVED the dish, was absolutely fantastic. I still think a slight reduction in the sugar makes sence...kind of like salt or pepper, used to taste
Absolutely fantastic. Everyone who tried it gave it rave reviews...and I agree with all who said it tastes better the next day. Totally worth the time, I will be making this chili from now on!
just won company chili cook-off with this recipe. Substituted sirloin with filet. great recipe.
Made this chili for Super Bowl Sunday and it was great. I left out the sugar and chili sauce since I wasn't interested in the sweetness, and used canned tomatoes with chilis already in instead of the fresh chilis since we don't enjoy super spicy foods. Really liked mixing the ground beef with the sirloin! Oh, and I just used two cans of beans since we weren't having a huge crowd. Can't wait to eat the leftovers.
This is way too sweet. I doubled this recipe and could not hardly bear the sweetness. Made this for a group and they all said the same thing. I will try it again but use little to no sugar.
This sounds really good and I'm going to attempt it this weekend. I've always added cocoa powder, honey & vinegar to my chili recipe, so I'm sure this will be a nice variation. Interested to see how the coffee blends in. Thanks for sharing : )
I made this for one of those cold nights....brrrr. This is really a good chili, very complex flavor. I will make this when we want to serve chili to guests, can't wait for them to try it. Thank you for posting.
My son loves this for his lunches. Freezes very well. Thanks for sharing!
My husband fixed this for us. It was the best chili I've ever had! We chose this recipe because it was different from the usual. The beer, coffee, and cocoa gave it a unique flavor. I loved the addition of sirloin and would add more next time. We used the full amount of brown sugar and didn't think it was too sweet at all. It helps balance the acidity of the tomatoes. The only thing I may add next time is some chopped jalapenos to kick up the heat. We loved the recipe and will definitely be making it again soon!
After reading all the glowing reviews, I knew I'd have to try this! I made it today for my Super Bowl party tomorrow, and I have to agree; this IS a great chili! The combination of ingredients is so unique -- the dark beer REALLY gives it a great flavor! Thanks for sharing this recipe! :)
I cut the sugar in half and it was still too sweet. Aside from the over-sweetness of it, the chili had a good flavor, but not great. There are less complicated recipes that are just as good, IMHO.
I've made this chili about 15 times. It is awesome and a huge hit at parties -- NEVER any left overs.

A lot of the reviews think it's too sweet. That's easy to fix -- use more beef broth, coffee, beer, oregano, and/or cumin to give it an earthier taste, and less brown sugar and chili sauce. Be sure to let the liquid boil off about 1/2 inch to get a more concentrated flavor.

I substitute extra lean ground turkey for the ground beef and steak to cut out the fat and cholesterol. I also use low sodium beans, broth, and canned tomatoes. If you let the water boil off, you don't miss the extra salt at all. My southern friends from Georgia were very skeptical of my healthy alterations, but not after they tasted it and ate the whole pot.
This recipe certainly lives up to its name! We just made it for football Sunday and are doing all we can not to go back for third servings. The coffee and cocoa really do add fabulous flavor. I caught my boyfriend also sneaking in some turkey bacon, and we used chicken broth instead of beef broth. Thanks for this great recipe.
Best "red" chili I've ever had (I love white chili). Complex, tart and spicy flavors are all there. I used 2 jalapeno's and one anaheim pepper in a double recipe and it was plenty spicy for my kids.
Far too many beans to be proportional; way too much sugar, maybe 1/3 the amount is appropriate; chipotles in adobo sauce lend a nice smokey flavor but are not included in the recipe; and didn't like the cayenne in lieu of chili powder it was not the same--it uses a thai pepper instead of de arbol, new mexican, passilla and other traditionals in their best combinations. As someone who makes chili as a standard, and who grinds their own chili powder every two months with freshly dried, not old brittle supermarket chilis (the key), and who makes batches of mole (38 ingredients), in part to add to chili but also other uses--I feel safe saying I've had twice to three times as good. Maybe I'll disclose my award winner some time, right now I like winning, and there's no IP protection for recipes.
This is so good! I only added 1/4 cup sugar and I added in a chopped jalapeno and some lime juice and cilantro and another teaspoon of salt. I also used 2 cans kidney beans and 2 cans pinto beans. It's sweet, but it has the best and most unique flavor. If you're looking for a traditional, smoky Texas style chili you are going to be disappointed and you should be able to tell that by the ingredients. If you want a sweet & spicy unique chili this is the one. Served it with cornbread, sour cream and cheese and it was awesome!
This was just too sweet. I wish I had put in less brown sugar. Not sure that I will make again.
The first chili I cooked and it's awesome! Too bad for the other recipes 'cause I'm sticking with that one! :) So good!
This was absolutely amazing. We left out the coffee (I can't hold my caffeine) and used a huge can of Chocolate Stout beer. I'm pretty sure it might be the best chili I'll ever taste--but next time, I'm going with Leigh AH's advice and doubling the meat. It seems like a lot, but once you've got everything else mixed in, you barely get any in your bowl. Served over rice with some sour cream and shredded cheddar cheese. Delicious!
We made this chili tonight ...and its the best chili we've ever had! It has a sweet and spicy kick to it. I dont understand how anyone could say otherwise. The taste of the gravy that it makes is amazing. We had it over rice and added some shredded cheese. Again, it's fantastic! We added a teaspoon of Stubbs Hickory Liquid Smoke to it. Enjoy!
This is by far the best chili I have ever made. I only use 1/4 c of brown sugar (don't like sweet stuff but do like the balance it gives the chili), also use a can of black beans and a can of Northern Beans (to replace out 2 of the cans of Kidney Beans) but added all the beans at once. I used 2 tsp of beef bouillion base and left out the water that would have been from the broth. I have used all sirloin and I like that alot! I just brown the beef and throw everything into the crockpot. I have given this recipe to so many of my friends. It's forgiving... change out some of the things you don't like or add something you do...... IT STILL TASTES GREAT! I'm going to add mushrooms next time.
This was delicious. I used a chili garlic sauce, 2 tins of kidney beans and 2 peppers and it was plenty warm enough for my family, my husbands comment on entering the back door was..'wow, thats going to be hot' lol, so I guess it smells good too.
I particularly liked the addition of cubed steak instead of just ground beef.
This chili was good but I wouldn't say it was the best chili I ever had. The first day I would have given it 3 stars but the second day after the flavors blended it tasted better. I used all ground beef as I didn't have any sirloin. I didn't have chili sauce. I used ketchup and chili powder. I didn't have chili peppers. Definitely cut brown sugar in half or less. I used 4 tablespoons. I loved the texture of it. It did have complex taste. Overall good chili. Maybe if I had used the sirloin and chili peppers it would have been 5 stars for me
Delicious. Takes a bit of effort, but well worth it. Such deep flavours! And much better the next day! I used 2 cans of kidney beans and 1 can of guinness. Just lovely!
This is the only chili recipe I will use.It has the most wonderful flavor.I do cut the brown sugar to 1/4 cup and use 2 cans pinto and 2 cans kidney beans.
I read many of the other reviews after I had made this. I substituted a can of chipotle chilies packed in Adodo sauce for the fresh chilies and used all the beans and other ingredients as recommended. The Chipotle chilies in Adobo along with the brown sugar, cocoa, coffee and dark beer I used Sierra Nevada Pale Ale), with the spices added together to provide an intensity of flavor that was out of this world! Use tip or other sirloin chunks...it really makes a difference!
Oh. My. God. This is the best chili I have EVER tasted--and it's not even done cooking yet. I can't help but eat it right off the stove. I hope there's some left for my dinner guests... This is amazing!
I went nuts when my dept. head brought this in. I raved and chowed! I've finally made it myself, but now I think I'm taking a step back. Just a small step. As I was storing the leftovers--I hope to heck it made more than 6 servings!!--the aroma is amazing, but the taste was just too sweet. No biggie, 1/4 cup of brown sugar--or demarara sugar, but not dark brown...I used two whole seeded habaneros, one minced up, the other just chucked in sliced open; in addition to the 2 serranos halved and seeded and the Anaheim chili. Personally, I could have used 3 habs. I didn't realize what a pepperhead I've become! I used 3T chili powder, not being sure what Amanda meant by chili sauce. My stepson came up with the plan of dumping it over the potatoes I baked in the Weber. I went back for seconds, then another shot at the pan full I pulled before I added the chilis, for my DW who doesn't do hot. I think half the brown sugar, a bit less cocoa will do it. Chunks of sirloin were amazing!! burp.
This is a great recipe. Found it to be best when made with Guinness, regular brewed coffee (the strong coffee I used made it bitter) & the full amount of brown sugar.
Not that you really need another review but this was great! I did put in half the beans and twice the tomatoes. I also left out the oil and substituted a leaner meat. The flavor though is the combination of coffee, chocolate and beer. So very cool! This is way more than 6-8 servings, which is great!
Utterly delicious. Even better the next day!
This chili was good, but not the best I have ever had. I followed the recipe exactly and used my crockpot.
Great the kids (2yr and 9 yr old boys) loved it the hubby ate it for lunch for two days and my brother did too...I am not a fan of chili but this wasn't too spicy or to bland...great
Big Thumbs UP from the whole family. Very tasty. I used all ground beef and added green peppers, too.
Sorry, did not like this at all! It was far too SWEET for one and the flavor was weak.
I made this with 1/4 cup brown sugar, and it is FANTASTIC!! Even better the next day! This is for sure my favorite chili so far! Thanks for sharing!
In Europe, we love this recipe! I introduced the chili dog (cheese optional) to Europe with this recipe. Everyone loves it.
Had to make a couple adjustments, i.e. brown sugar not available everywhere so I substituted sugar beet syrup. Tastes best when allowed to sit overnight.
I made this for a football party this weekend, & it was a pretty big hit. I had my doubts at first. I didn't have all the ingredients including the dark beer. I started making this about 12 hrs in advance of the big day & let if cook on low until serving - I recommend doing this if you can. For the first 10 hours, I was in a total panic b/c it was WAY TOO SWEET. Check out my name, I like sweet, but this was way too much for even me. The next day, 2 hrs before game time, i sent my friend to the store for a beer to add. Let me say this, BEER IS THE KEY INGREDIENT. She brought me an Amber Bock or Rock or something like that. I knew I didn't like Guiness - be careful which kind you get. Guiness is very strong and thick so ask a beer drinker or clerk first if you don't want to sample it yourself. I nearly wept with relief when I tasted it after adding the beer. It was completely cured of the sugar overload and tasted very yummy. I will make this again, but only if I have all the ingredients. Amanda thanks for sharing your prize winning recipe. It's a keeper, & I'll say it again, follow the ingredient list - Beer makes it better. UPDATE: Made this again and followed the recipe to the letter. VERY GOOD - don't mess with the ingredient list until you've tried it out as written. I thought the Cayenne pepper would make it too hot, but it cooked down to create a complex subtle flavoring - just a hint of heat. Very good!!!! Thanks again Amanda. You ROCK!!!
This is definitely unique, I'll be adding this to my list! Used Anaheim chilis since the recipe didn't specify which type, also used Guiness for the beer. I finally found chili sauce at the store next to the ketchup. Thanks!!!
I thought certainly other reviewers were exaggerating the sweetness issue but, alas, they were not. Sugar has no business in chili. I, too, will go back to my old standby recipe for chili. It's way better.
This chili was awful. I drained the juice off and started over so I would not lose the meat. Don&#039;t try.
This is the best chili ever. It flavor is incredible.
I love this chili and have made it several times! I like the sweetness, others don't. I have found that after freezing and reheating, the sweetness is gone and the spiciness is increased. When I warm up the frozen, it is the BEST CHILI IN THE WORLD to everyone who's tried it.
This Chili is fantastic, I use siracha chili sauce, reduce the sugar slightly and replace the cayenne with a mixture of chipotle and ancho chili powders. The smokey flavor they provide really adds depth of flavor.
To keep the cost down I omitted the beer & used chili powder. I also halved the salt. We had this for dinner the 1st day & thought it was nice but too salty & too spicy. The next day the flavours calmed down & it was really good. I froze the rest. I was going to give 4 stars but my husband took some to work last night & came home raving about it. He's not raved that much about any of my other frozen meals, hence it's a 5 star & I will be making this again soon!
This is great chili. I love heat and it has it. My DH loved it too and my son. We will make it again. I did not use beer and it was still great. I'll probably will get near beer and try it.
This IS the best chili we've ever tasted, hands down! My husband brought a batch to his work for a chili cookoff. His employer loved it so much, he requested my husband make it again and paid for all the ingredients! We left out the last two cans of kidney beans and the peppers and still turned out awesome.
This was a bit sweet tasting for us, but still tasted great. thanks for posting!!
This chili was amazing, it starts with a bit of sweet and then hits you with the hot. We entered into a chili cookoff and it won!!
Awsomely Good!! All those different flavors dancing around in your month was wonderful. I took leftovers to work and had some of the girls taste it. No one could figure out what was in it. It was rated 5 stars there also.
This Chili recipe is very close to my recipe #50389 I just use four different kinds of beans. It must be good!
The two boys I cook for went back for seconds, one of them said there was something "strange" about it, which he couldnt place, but kept right on eating, so I guess it wasnt too strange! Cut the sugar back, used chili powder, decreased beanage, and cooked it in the crock on low for 11 hours, will make again!
Amazing recipe! I cut the sugar in half, only used one chili pepper, and added a tablespoon of chili powder. I also used 1 lb of cubed beef sirloin in addition to the 1 lb of ground beef. I used Bass ale as my beer (20 oz. can). I am not a huge fan of most chilis, but this was really, really great. I'll be making this often!
Good stuff! Have made this several times now. A good chocolate stout and a good dark coffee really enhances the flavor.
Yummy! I didn't have brown sugar, so I had to use regular sugar, but it was still good. Can't wait to try it with brown sugar. Also, I skipped the jalapenos because I have a little one and I didn't want it to be too spicy for her. But very good nonetheless.
Very tasty indeed, even though I changed things because of what I had on hand. I used all ground beef, sun dried tomato paste instead of tomato paste, switched black for kidney beans, and made it the day before to save time. Definitely a do again.
Great recipe. I used all ground beef as that was what I had. If you substitute chili powder for chili sauce, watch out! I can handle spice, but it gets really spicy! I recommend cutting it down to 1 1/2 T chili powder (if subbing for sauce) and using only one chili pepper. This is a really nice sweet and spicy dish. I served it with garlic and cheese biscuits from this site.
Been making this for some time and I love it. Friends also.
I doubled the recipe but used the 1/2 C. brown sugar as recommended in original recipe. It was way too sweet still. If I make this again, I'll only use 2 T. brown sugar in a doubled recipe.
Great chili, thanks for the recipe. I will cut the brown sugar just a bit next time and I also used chili powder instead of the sauce. Instead of the smaller can of diced tomatoes, I used the next size larger. Great blend of flavors and texture!
This really is everything it is advertised to be! We made a big batch on four different occasions and each time it disappeared like crazy! We heated it in a crock pot after we browned everything and used both light and dark kidney beans, along with black beans and some white beans too. We added some different kinds of peppers also, and we found if you add some later, they stay crunchy. Our absolute favorite that guests and family always ask about! Thank you - love, love, LOVE!
I live in Australia. We do cook chilli but I&#039;ve always wanted to try a &quot;real&quot; bowl of chilli like in the movies. I think this is what I was searching for. I think the coffee and cocoa gives it a smoky flavour. I might reduce the beer or omit it, and if you don&#039;t like sweetish chilli then cut it out. But it was EXACTLY the chilli that I have been waiting to find for a very long time. I can&#039;t stop eating it and it gets better over night and that&#039;s a big compliment from me. I truly LOVE this recipe and thank you!! I make it all the time now. (it may be sacralige but I love tacos and use it in those too)
The ingredients in this recipe were somewhat surprising at first but when I thought about them the merging of certain flavors and depths made sense. My boss and I made this yesterday in our restaurant for all of our employees that braved the weather and came to work. We had to modify a few things since we are an italian restaurant and don't carry many of those seasonings. However we did have a creole seasoning on hand used as an ingredient in one recipe so we used that to add the spices needed. We used a mixture of Guiness and Moretti (an Italian Beer) for the beer requirements and regular green peppers since we had no chili peppers. We also tripled the recipe to make enough for an entire restaurant staff. Many eyebrows were raised over some mentioned ingredients until they tasted it....then no one could stop talking about how good it was and many bowls were refilled. This was quite good and I would do it again for a large gathering.
Love this chili. I did modify some of the quantities as suggested by Brian. The only one I drastically changed was the brown sugar, reduced it to 1 tablespoon. Otherwise followed recipe and my family and I thought it was great. Will be making it regularly.
I&#039;m sorry, but I honestly don&#039;t understand the number of good reviews for this recipe. I expected a lot from it, but to me it tastes exactly like it started as canned pork and beans. It is just too sweet. I used only half the brown sugar called for because we were worried that would be the case, but it is still way too sweet from the brown sugar, chili sauce( which is glorified ketchup), and tomato paste. If you have a sweet tooth, this is definitely the recipe for you. If you want a rich, authentic chile flavor, find a more traditional recipe that uses toasted and pureed chile peppers, which will have the flavor notes of coffee and beer. This recipe also makes a huge amount, much more than 6 or 8 servings, so now I have a freezer full of it. Sorry, but it doesn&#039;t work for me.
awsome.Thanks!
This one never fails for me! It's my husband's favorite, and whenever I take to pot lucks and things I get raves over it!
This is truely the greatest chili recipe that I have found. I omitted the cubed beef and since I don't like chunks of tomatoes, I substituted tomato sauce instead. I gave some of this to a friend of mine that is a gormet chef and he loved it. If you like it hotter, add a variety of hot peppers. I like to add 3 to 4 different kinds depending on what the local store has at the time. Definately a recipe to try at least once.
this really is awesome chili. addictive.
I also found this a little sweet even with reducing the sugar. I ended up adding an extra can of tomatoes and extra chilis. It turned out lovely with many layers of flavor. I also used 1 can of black beans and only 2 kidneys as it seemed to be plenty,and I used ground venisen instead of beef.
My family and I thought this chili was very tasty. We even shared it with the neighbors and they liked it as well. We served it over rice and garnished it with cheddar cheese and a corn muffin on the side.
5 stars

I made this the other night. I had never made chili before and found this recipe here and the ingredients are what caught my eye. All I can say is Absolutley Awesome!!! I liked it so much I shared what was left with my family and friends and they all want the recipe but I think I'll keep it as my own little seceret ;). Best part is after I ate the chili I had five bottle of Berghoff Dark Beer to finish up :) Im trying to give it stars but it won't let me GRRrrrr
Amanda, I think your chili is wonderful. It is definitely a different flavor, but that doesn't make it bad, it makes it unique! My husband and I really enjoyed it. I didn't find it too sweet, I felt the brown sugar offset the tomatoes and probably the bitterness of the cocoa. A nice warmth in the back of the throat, but not so hot to make your eyes water or nose run. I think if I were blind-folded and tasted this, I would definitely identify it as chili. A great recipe I will be making again!
I have been on the search for a really good tomato-based chili. I may have found it. Made as directed and have to admit that the first meal was okay, but not stellar. OMG...I froze the rest in meal-size servings for us (only DH and myself). The second time around the flavors had married and the taste was sublime. Next time I make this, I will NOT eat it the same day, but give it time to settle in and get yummy. Thanks for sharing.
Loved it
We've never had chilli before so i was abit dubious when i was making it, but it tasted great and better the next day. Left out the sirloin and the chilli peppers so probably wasnt as spicy as it was supposed to be, but not bad for my first try! lol
tried this for superbowl with a few changes

i used chipotle peppers exclusively..the canned type...followed the recipe for a bit but i browned the meat in a seperate pan then used the beer to deglaze ( and burn off the booziness). i strongly advise against lean beef..i used medium ground steak (use beef if you don't wanna spend the money), ground pork and tri-tip beef for some chunkiness.

definately leave out the sugar and go with chili powder as oppsed to sauce...cuts the sweetnes way down and you will get it elsewhere.

start onions and garlic first and allow to sweat....20-30 mins on lowest heat possible...remember when deglazing pan from beef to add all the goodness to the pot.

and i let it simmer for 6 hours tasting and adjusting seasoning every hour or so..

thank you very much for a great starting point though!
I brought it to a potluck and they all liked it. I cut down on the chilis, left the chili sauce out ,and would cut down on the brown sugar next time.Who knew that coffee, beer and cocoa would make chili good?
Lauren
Definitely a little too sweet, but it was really good. My dad was shocked and skeptical about the strange things I put in it- cocoa, beer, and coffee, lol, but he loved it. Definitely less brown sugar next time.
Chalk up another cook-off win. I got tired of this chili real fast - but everyone else seems to really like it.
Awesome chili! This is highly reccomended, you will not be unsatisfied! The only two things I did a little different was, I used tomato sauce (Didn't have paste, and it still cooked down fine and had plenty of body). 2 I used budweiser, smelled funny at the mixing, but within 5 minutes it was smelling tasty! Our whole family LOVED it!
Delete the brown sugar &amp; mix several types of beans &amp; it's perfect!
A very tasty chili recipe! I don't like sweet flavours in savoury dishes, so I cut the sugar back to 2 tablespoons - just right to round out the flavours! Also used chili powder instead of chili sauce, and would like to point out that this is definitely a "know thy chili ingredient" recipe: my chili powder is so hot that had I used 3 1/2 tablespoons of that *plus* the four chili peppers, I would have had a pot of absolutely lethal chili - and I love my dishes fiery! :-) So, I used the specified amount of chili powder and added one green chili pepper, and got the perfect hot chili. Thanks for a great recipe!
It was my boyfriend's 31st birthday party last night so we had a poker night. I wanted to make an awesome chilli. EVERYONE at the party asked about the recipe and had MULTIPLE servings. They loved the sweet beginning and the little kick of spice at the end. The only sunstitution I made was jalapenos for chilli peppers. I used Guinness for the beer. I had a taste today and it was so YUMMY after a night in the fridge. THANKS EVERYONE! It's the best chilli I have ever tasted. The chef at the party also LOVED it.
So many of the chili recipes on this site actually taste like the version in the middle school cafeteria. This one, for some reason, has such great flavor, a real difference. Being so easy to make fooled me: I didn't expect such a great result. For the only time in my adult life, I did not have a bottle of beer in the house, so it is missing that aspect of taste, but it is still fantastic!
The beauty of chili is that it can have a ton of different flavors, including sweet, spicy, smoky, meaty, etc. A lot of people are knocking this chili because it's "too sweet." As with all foods, if you come into it expecting it to taste like YOU think it should taste, then you will be disappointed. Another beauty of chili is that you can throw just about anything in it. I've used this recipe about 4 times (every time I've made chili) and modified it in different ways every time. EVERY time I've made it it has been for a competition, and I've either won or placed in the top 3 every time. Beer is great because it adds a great flavor (and the alcohol either burns out or is negligible for those parents out there). I've started adding bacon and mixing up the beans, putting about a third each of chili beans, pinto beans, and black beans. I also substitute Ro-Tel instead of tomatoes and chilis. I don't really recall what the recipe calls for, but I always try to balance the sweet and not-so-sweet flavors. Also, chili powder is not what gives good chili that flavor. Cumin, however, I have found adds a really good flavor. I feel like I can never put too much cumin in my chili. Great chili!
Terrible ! way to sweet flavors are all wrong. Do not make this.
********* I've made it twice already ... And was my debut. Delicious!!! Used Guinness beer, 1/3 cup of brown sugar, 2tbs cocoa chili blend, no cayenne, and 2 jalapeno peppers... It was delectable, luscious feast. Thanks for the recipe.
This chili was great! the coffee, seirra nevada ip, and coca really came together nicly and suprisingly! the sugar rounded it off nicely, not sure why others gave this such a bad review, i loved it. i used 1lb zesty sausage instead of serlion. and i used chiptole chilis in adobo sauce. for the chili sauce i used the adobo sauce and it added a nice level of heat but not too hot. i also used Komodo Dragon coffee from starbucks. it was very nice. i highly suggest this recipe
Hearty easy quick recipie. Had and have made better chili but this would be an easy home staple that serves my kids non hot and allows my husband to add some fresh chilies to his bowl. Thankfully I know add cilantro and cheese to top it off because that&#039;s a staple in this house. Would add it to the ingredients. I also omitted the brown sugar completely but followed everything else
Wow I made this tonight and doubled the batch to share with my neighbor.Excellant!! I followed the reipe pretty close with the exception of adding a cooked pork roast..shredded. I was afraid I didn't have enough ground beef to double the recipe. I also followed other reviewers advise and cut the brown sugar down. I also added 3 tbsp of hot sauce..they LOVE everything spicey at my house. Thanks for a great recipe!!
I made this recipe only did not add any brown sugar. I also added an additional Tbs of chili powder and an additional Tbs. of cumin. Just before serving I squeezed 1/2 a lemon juice into the pot..served with fresh chives, cheese and sour cream. It was very good.
The BEST is a tall claim but it's really good..better than I thought it would be! I too doubted it could be good without chili powder, and doubted the use of sugar in the recipe. It turns out that if you use cocoa powder, the sugar is a must to avoid a tinny bitter taste of unsweetened cocoa. The cocoa & cumin adds richness and the sugar rounds it out. Changes I made:<br/>- espresso instant coffee powder (1 tbs) rather than 1 cup of brewed coffee. The amount of liquid was perfect as a result. Tastes great with corn bread, plain corn tortilla chips, and even better when reheated the next day (like most pot style recipes).<br/>- I used only 2 red hot chili peppers and it was plenty of heat! 3 would have been overkill. If you don't like hot food, I may even recommend 1 chili. I'm the type of person that adds heat to most things I eat.<br/>- I made it with just a tablespoon of sugar at first, but it wasn't enough. Husband and I agree that there was a tinny, vinegar, bitter taste. 3 tbs total of sugar fixed the problem.<br/>- 2 cans of kidney beans rather than 4. Perfect balance of meat - sauce - beans.<br/><br/>I usually make a TX style chili too, which does have a smokier, more spiced flavor, but that recipe requires vegetable shortening. I like this recipe as a healthier version without compromising taste.
Full of flavor but not spice which is EXACTLY what I was lookin for. Everyone in my family raved and raved about this. I used ground beef only to cut down on cost and did not add the peppers for fear they would add heat that I did not want. My seven year old who would rather have chili from the can than anything homemade loved this recipe. Thanks so much!
The chili is stellar!! I used the 4 peppers (JalapeÃ±o) and took out the seeds and ribs on two of them so it wouldn't be too spicy. However, my wimpy friends still thought it was too spicy while my adventurous friends thought it could be spicier... Even though, all said it was very flavorful and unique with the Costa Rican coffee, Guinness and Scharffenberger cocoa powder I used!!
why does it always look easier when i read it and find it really really hard if i try it myself... aaaargggh!!!
I loved this chili! It was a hit in my house! My mom who can be picky about food, loved it!
Well, I believe this is the chili recipe I've waited for all my life!!! It had a wonderful, robust flavor. Perfect. Thank you so much for posting this awesome recipe.
I vegetarianized this recipe and it is still excellent. I replaced the meat with Boca crumbles and substituted vegetable broth for the beef broth. I heeded other reviewers' comments and added only a couple of tablespoons of brown sugar, but I could probably add 1/4 of a cup. I used chipoltles in adobo sauce for my chilies. I could probably add liquid smoke next time. My family members did not want to eat the chili, so I am eating the entire batch by myself and loving every bite.
The name is appropriate. As a former vegetarian, I was a bit overwhelmed by how much meat is in this chili... but my husband was an instant fan. And I have to admit- not without guilt- WOW, this is AMAZING.

To assuage my guilt, I have made this with ground turkey and even without meat at all. And it's still darn good. But the recipe, exactly as stated, is just amazing. Thanks for posting!
Yum! I loved the sweetness. No metallic flavor as some of the reviews mentioned. I wonder, if they followed the recipe exactly? Thanks!
I was very skeptical, but this really was the best chile I've ever had. I wasn't sure what kind of chili sauce I was supposed to use, so I used the garlic chili sauce I already had. I was surprised that there was only one can of tomatoes, but it turned out good; at first I thought the 2 cans of tomato paste made it too saucy, but I really like it that way. I may use a little more diced tomatoes and less tomato paste next time, but it really was excellent, with a very complex flavor- whatever you do don't leave out the cocoa or the coriander, they add alot of flavor. I usually don't care for chili with beer in it either, but again, it was great!
Hi Amanda:
I just wanted to let everyone know that I used this recipe for a Chili Cook-Off and won by division for Most Unique Chili - yes, I actually beat out the White Chili recipe for the first time. It was a lot of fun to make and people were surprised to learn the ingredients. I followed the recipe exactly and would recommend cooking it for a sligthly longer period of time, storing it in the fridge overnight, and then reheating it. It really brought out a lot of flavor. Thanks for the recipe.
Maybe people who like things super super spicy won't like this but my friends and I loved it! I couldn't really taste the beer or coffee, although it smoothed out the aftertaste. Make sure you add all the ingredients listed in the ingredient list; a few are left out of the directions. Definitely making this again!!
This why i hate some3times trying to find recipes on the internet. I actually found this recipe on allrecipes and i it sounded good but after trying it i beg to differ. Like some other reviews said its way to sweet. Ive used 1-2 tbsp of brown sugar before which is just fine but 1/2 cup is WAY to much. I do admit it does get a little better the next day but its still not that great.
You are right. This is the best chili we've ever had. I've been looking for a good chili recipe for years and have finally found it. I made it exactly as called for and I would not change one thing. It is perfect just as it is. I will be making this often.
Not much to add to all of the other reviews. I've made this three times now and apparently have not reviewed it yet. I skip the sirloin and use more types of beans but otherwise stick pretty closely to the listed ingredients. Delicious.
Just finished eating this for supper. Not even close to the best chili I've ever tasted. My DH only ate 4 or 5 bites. The flavor is initially good (we like the spice combination), but it finishes on a bitter note that neither of us found very palatable. Will try to make again some day with out the beer and coffee. We are very disappointed that we didn't like this as much as everyone else does.
If you Substitute the 1/2 cup of sugar for 1/2 cup of Maple Syrup IT IS DELICIOUS. I mean it was good without it but wow!!
This is truly one of the best chili recipes I have ever tasted!!! The prep time is a bit long but it&#039;s actually kind of fun. I cut the brown sugar down to 1/4 cup (if not less) and serve it with homemade cornbread and cheese. Definitely a crowd leaser and a keeper:)
OMG! This is, by far, THE BEST chili you will ever taste! The beer, coffee, and cocoa really make the flavors pop! Soooo good!
Everyone that tasted this pot of chili said they loved it. I thought it was a bit sweet for my taste, but I did really like it after adding 3 TB of chili power to the recipe. If you don't like sweet chili, I would try a different recipe or leave out the beer and some of the brown sugar. Also, I used ground turkey instead of ground beef, and no one could tell the difference.
Loved it! Made it a few days ahead and froze it for a camping trip. My lil' campers were in heaven. I used ground turkey instead of beef and used half white half red kidney beans. Served with Mexican Cornbread recipe on here, #57131
This was good but I tweaked it to make it better (in my family's opinion) and I won a chili contest! I changed/added the followingI used 1 1/2lb beef sirloin, 2 canned diced tomatoes instead of 1, 1 larger can Guinness beer, 1 cup Starbucks drip coffee with a shot of espresso added in, 4 Tbsp chili sauce - "Homemade" brand in ketchup aisle (round glass jar w/white lid), added 1/4 tsp cinnamon, 3-4 shakes of red pepper flake, added 1 can pinto or white northern beans. I cook it in the crockpot on low overnight or for 8-10 hours during the day then I put it in the fridge for 8-10 hours before reheating and serving for the first time. Excellent out of the freezer too. Thanks for posting!!!
The best chili you will ever taste? Don&#039;t think so, but if you leave out the sugar, cocoa and add more beef and not lean its not too bad at all.
Normally when I don't like a recipe that has quite a few great reviews I just don't rate it at all. This time I guess I will. Is it ME? I made this to the letter......and I ended up with a chili that just didn't knock my socks off in any way. Even my husband was very ho hum about it. Blase and nothing at all remarkable in our books. Sorry.
Just made it and it's cooking on low in the crockpot until our tailgate tomorrow! So far it's awesome!!! Sweet at first then a bit of heat at the end...I only used 1/4 cup brown sugar and 1 serrano chili/1 habanero chili as opposed to 4 chili peppers. (I don't like my food too hot and kids are going to eat too.) My only concern at this early stage is that it is a bit soupy...hopefully it will thicken up overnight. But the flavor is amazing already!!! Thank you for a wonderful recipe!
This was very good, I am not sure why all the tough ratings. This had a nice combo of spicy and sweet which was great. I made minor changes due to ingredients on hand. I used only one can of beans, 1 can of tomato sauce and one paste instead of two paste, I used a large can of diced tomatoes, and 1 1/2 T of Sriracha instead of the Chili sauce. Would make again.
This recipe was too sweet for my traditional taste buds even with the brown sugar halved. My wife loved it as the recipe stands, and she said it's the best chili she ever tasted.
I've tried making this chili twice, and both times I wasn't happy with it. I like the concept of the recipe, I just thought maybe it was too tomatoey (if that is a word) for me, even after leaving out 1/2 of one of the tomato paste cans. I only added 3 cans of the kidney beans, seems like four would have been way too much.
Fantastic Chili! I advise against using 99% fat free ground turkey, but it still tastes great with it.

For the beer I recommend Young's Double Chocolate stout and for the coffee buy a Grande Starbucks drip with an Add Shot of Espresso (drink the rest). For the sirloin, I did a 15 min. marinade of worchester, cumin, and a dash of olive oil. I also added 1.5 teaspoons of minced shallot while browning the steak.

Next time I'll be using a mix of Sirloin and Filet...
Nasty, rainy day -- DH says
"Good day for chili" ! Reduced recipe for 4 - and used everything but the chili peppers (personal preference -- don't tolerate HOT!) I thought it delicious -- DH wanted more spice. Had King Arthur BLACK cocoa -- nice addition ! Next time, I would decrease or eliminate the brown sugar -(which the peppers might have counteracted). I didn't have any problems with the directions- have plenty for another meal ! Thanks for posting, Amanda!
This was way too sweet for us. I actually made a double batch since it is fall and we were craving Chili. I could barely finish a bowl. Hopefully some of my husband's co-workers will want the rest. I should have read the text reviews but I just went off the stars this time - big mistake.
Agree w/ other reviews, this is really a great recipe! I do not even like chili normally, but made for a winter party as I like the idea of chili - warm, hearty, make ahead & great with beer. Served with Cornbread and Salad. I found myself even liking it! As instructed this is better after sitting a day in the fridge. Held back on beans and spice (only put in 1 can of beans + 1/2 of the cayenne & no chili peppers - nice level for the mixed crowd). Excellent!!
Very good chili. Even subbing veggie crumbles and tvp chunks for the meat, it's still works. Cheers!
delicious! made this for work and everyone enjoyed it. served it with shredded cheddar cheese and crackers. i did make some changes. i used 1lb italian sausage instead of beef sirloin, i did not use beer, i only used 1/2c of coffee, i used 1 jar of beef gravy instead of beef broth, 3T of brown sugar, no coriander (did not have) and only 2 cans kidney beans, 2 cans chili beans. absolutely yummy, a little costly but it makes a ton
We loved this chili! Although I did leave out the brown sugar and the beer. It was delicious! All the other reviews said it was too sweet, so that's why I left out the brown sugar.
For the HB to say..."Keep this recipe" is one of the best complements! He hardly ever makes comments. I made for Super Bowl and it was a great hit and many more kuddos from guests. I increased measurements by half for the most part. I used two cans of Trader Joe's Roasted Diced Tomatoes (w/green chilies); only 2 cans of beans - one black & one chili bean. Brown sugar stayed 1/2 cup firmly packed, as did tomato paste. Spices were either increased by 1/2 or heaping. Didn't add chili peppers.
Very good chili but I was hoping it would be a little beefier and not so tomatoey. I also would use more hamburger and less beans next time. A little sweet for our taste. Thanks though! It was nice to try something different.
Don't go into this recipe expecting your every day standard chili. I think the sweetness is what makes this recipe and am surprised that so many people recommend you omit it. What's the point? If your going to alter the recipe that much than find something else that suits your tastes better and leave this one to the rest of us, because oh my goodness is it good. It has a rich dimensional flavor similar to Mexican mole sauce, except SO easy to make. My husband and I have had every kind of chili imaginable and this is the first one I think we both agreed on - excellent. Thank you so much for sharing. I think this is the best recipe I've found on food.com yet.
It's a long story -- and I'll spare all of you the details -- only to say that I had started another recipe that I realized wasn't going to work, but it had ALL the starter ingredients this recipe did -- so I switched to this. And what a winner!!!! So nice to be able to salvage 2 lbs. of meat and other ingredients and come up with something that is so wonderful. I don't need to say any more -- others have covered all of that. I thank you for sharing your recipe.
I love this chili! Made it to enter in a chili contest and it won for the most unusual ingredients. The other contestants' chilis seemed to lack the depth of flavors of this recipe. It may not have won the overall prize, but for my taste it was the winner!
This is a very solid chili recipe. The only thing I changed was the amount of kidney beans - I only added two cans. It was still very tasty. DH proclaimed this as our chili recipe from now on!
This is so DELICIOUS!!! I used ground sirloin and cut up a steak, I did not add salt. I read a bunch of reviews about how good it was the next day, so I made it at night let it cool, refridgerated and we ate it the following day. I can not wait to make this chili for company. My kids loved it & everyone knows how picky kids are. There was nothing to freeze, my family ate it all in 2 days!! THANKS!!
I thoroughly enjoyed making and eating this chili. The recipe follows very easily, and it leaves plenty of room for improvisation. I used chili powder instead of paste, and found that I needed to add one extra tablespoon to get enough flavor. Also, since I couldn't find coriander at the store, I substituted \
Alrighty, I made this chili and while it is good, it is not the best chili that I have ever had. I am from Texas and have been eating chili since I was in the womb. A few suggestions, DON'T taste this chili until the next day!!!! While making this, I kept tasting this to check the flavors, I was concerned that it had too much beer in it (I didn't add all the beer in the first place). by the time I got done cooking it, I was tipsy! Hahahaha---Anyway, I put it in the fridge and let it sit overnight, the next day I heated some in the microwave, and it was addicting! This is a very good chili with room for adjustment, not the best, in my opinion, but good. P.s. Don't be afraid of the chili/chocolate combo, they enhance each other, ask Bobby Flay.
Should have read the suggestion to cut down on sugar as the chili is a little sweet. Added more salt, and with that this recipe is full of flavor. I can't believe how the beer, coffee, and cocoa all seem to be the key ingredients to this recipe. Don't leave them out like I almost did!
This is indeed the best chili I've ever made and tasted. Made it for an office pot luck & received requests for the recipe. Rcvd request to make it again for the next pot luck. Don't leave anything out the first time to enjoy it - you can tweak according to your taste later. Never met a bowl of chili I didn't like but this is the first I absolutely loved!
I am surprised I didn't like this better with all the rave reviews. I just found it to be almost sickeningly sweet. I didn't have time to read all the reviews or I probably would have seen that most people leave the chili sauce and brown sugar out and replace it with chili powder. I will be sure to make note and try it again that way, because the texture of it was perfect, so definitely worth working with until I find alterations that suit my tastes better.
I love good chili, sweet or not. This is a great chili recipe if you like your chili sweet. I made corn bread and also cooked some pasta we had sitting around. Whether poured over hot pasta, mixed with crumbled corn bread or eaten by itself this one is a winner. I ate it 4 days staight and was quite happy. I even made my wife a steak and potatoes one night and was very satisfied to eat a bowl of this instead. The only change I might make is that next time I might (and I do mean might) cut back a little on the beans. Easy, good, winner!!
This recipe lives up to its title. I had a chili cookoff at work with 50 people voting and 10 different chili dishes. I made this chili and won the contest! I must add that it really helps to let this chili rest a day or two after preparing and warm back up, which is what I did for the contest. Phenomenal.
It was a good chili, it wasn't the best chili I have ever had, but it wasn't terrible either, just not worth the extra effort for us. We aren't alcohol drinkers, so the added $3 for a dark beer that was not on hand and out of the way for us. The color was darker than our usual chili, mostly due to the cocoa, coffee and dark beer. We browned up the beef and veggies before slow cooking the rest overnight on low. The recipe did not mention whether or not to drain the ground beef, we did. It also didn't mention to drain and rinse the beans, we did. It smelled great, even though it was a strong beer type of smell. We did not add all the sugar, but half of it based on other reviews. We tried this recipe as it caught our eye in the weekly email sent out. We most likely won't be making it again, although we will be eating it a few more times.
Too sweet and too hot for me and my family! I made this recipe as listed. The sauce has a wonderful color and texture. The hamburger and sirloin meats were very tender. Although there are a lot of ingredients, it is really quite easy to make. Perhaps I'll make it again without the sugar and much less chili.
This is WONDERFUL! I changed the ground beef to ground turkey and left out the cubed beef sirloin. I served it to a large group of big-time red meat eaters and NOONE knew the difference!!! I left the chilis on the side and used chili powder instead of sauce and everybody had seconds and asked for the recipee! Thanks!
I have to agree - this is the best Chili I have ever made. It is on the sweet side, but you could cut the brown sugar down if that's more to your liking. I loved the flavor and will be making it again and again!
This was a bit too sweet for my taste, but I'm going to try to make it again without the brown sugar.
This is a unique recipe, sweet yet spicy. I omitted the peppers and it was still spicy enough for my family. I also only used two cans of kidney beans instead of four as my husband isn&#039;t a huge fan of the beans. Next time I will cut the brown sugar in half as it was a bit sweet for my taste in chili.
I have asked the people eating this recipe nd all they can say is "mmmmmaaalph aalph aalph." They will not take the time to answer me because they are stuffing their faces. My variations: 1) could not get the cubed sirloin because the butcher had "cleaned their department," so I added a bit more ground chuck. 2) no coriander. 3) used a not so dark beer. 4) cut down on cayenne and chopped jalapenos because my son does not like heat.
I would have followed the recipe to the "T," but it was a last minute choice to make chili.
Ok, my take on this....
It's a very good start to something great! No matter what make this your own recipe, add what you think it might need!!! Great right off the recipe card!!! I like mine thick!

I used 2# good ground sirloin.
1 bottle of Guiness.
Use less brown sugar...to taste.
Cyaenne to taste.

Thanks Amanda!!!
now this is some good chili, followed it and found it great, now i got to learn this recipe by heart l hate having to refer to recipes thanks for a hum dinger
Very Good.
Sweet on the tongue followed by bitter/spicey taste from the dark beer,coffee and peppers! For my taste it needs tweeking!
too sweet
The title says it all...This is the best chili I ever made..It was made for a potluck and everyone loved it...
 I made as posted and will be my go to favorite chili..Thank you Amanda for a great recipe...
This was the first time I made chili-BIG HIT! Family loved and it and shared with neighbors and they loved it too! Wouldn't change a thing AND it was easy!
I made this chili exactly as written a while back and have to agree with some of the reviewers that it&#039;s not very good. Way gimmicky what with the coffee, cocoa and beer.
Amanda, you are the girl! This is absolutely wonderful. I followed the recipe to the "T" as well and my husband really flipped over it. This is definitely a keeper for me, thanks so much!
Nadine
Sugar? Really ? Just what we need is more sugar in our food...This is almost exactly like I have been making chili forever - Handed down from Grandfather to father to Me- Instead of the brown sugar and cocoa , use two squares of 90% (or higher) dark chocolate - only 3 grams of sugar - Best place to buy it I&#039;ve found is World Market - They have their own brand and a little cheaper than name brands - About 2 bucks a pack. Traditional Mexican cooking uses cocoa in cooking , but not a lot of sugar - even in most of their desserts and biscuits etc.
Very nice. Flavoursome Chilli. different to ones we normally have , but Jamie Olivers chilli recipe still takes some beating
Very aptly named! I've made it three times now and it is consistently marvelous! Love it over macaroni, too!
I made Recipe #117321 to go with our chili and we ate with smiles on our faces and mouths full! This stuff was GOOD! I left out the chili sauce, cut the brown sugar down to 1/4 c., and added 1/4 c. dry cocoa, and I left out the chili peppers and just added in some pepperoncini peppers and some of the juice to taste, instead. It came out great and everyone went back for more. This is now in my favorites waiting to be made again! Thanks for sharing!
This is almost identical to the recipe I've been using for years now and it is without a doubt the best chili we have ever tasted.The only difference is mine calls for 3 1/2 TB of chili powder instead of sauce and cumin seed instead of cumin.I always cut the brown sugar down to 1/4 cup and it's the perfect amount for our tastes.I can't even begin to describe what an amazing flavor this chili has.I always cook mine all day in the crock pot and it tastes even better the next day.I like to use 2 cans of pinto beans and 2 cans of kidney and I wait to add them until after it's cooked several hours in the crockpot.Sometimes I'll add an extra can of tomatoes as well. I have always left the chili peppers out becuase I'm afraid it will be too hot and it still has an amazing flavor.Seriously this is the ONLY chili recipe that I will EVER use! It is absolutely delicious!
I didn't think this had enough chili taste, so I added a bunch of chili powder. I think this recipe could be written a little more clear. It should mention that you should drain the ground beef. It should also mention whether you should drain the beans or not. Also, is it ground coriander? I brewed 3 cups of coffee, then realized maybe the recipe meant 3 cups as in units of measurement. Also, what kind of chili peppers? I ended up using poblanos and that was a nice choice, but I had to figure out how many chili peppers equals one poblano. And for beginner cooks, it should mention what heat settings you should use on your stove. I tried to simmer it and even though I stirred very often, it still ended up burning.
I have never rated anything before and wasn't even signed up with food.com but I was so dissapointed with this recipe that I changed my mind and signed up. Too sweet and too much cumin. Just not right. Won't make again. Definitely not the best chili I ever tasted.
First time I made it was today and took 1st place at a chili cookoff at work!
the first time i made this was for a cookoff and it won first place!! (have to admit i didn't have a beer to put in, so it got left out!) i have made the chili since then and i get rave reviews about it every time. Amanda, thanks for sharing this great recipe- it's one i will use for many years to come.
This is the same recipe I cooked 11 years ago. So as it is written, It&#039;s worth two stars. But with alterations, this can be the perfect chili. Reduce brown sugar to 1/4 cup. Use 1 tsp instant coffee with a cup of water. Change beans from kidney to pinto. Change beer from dark to regular light and use only half can. Eliminate chili peppers. Eliminate cayenne (unless you must have it hot). Eliminate chili sauce and use chili powder. Except, start with 2 Tablespoons. You can add another if you want it more spicy. You really have to make this recipe a couple times to figure out what you like best. But these alterations were made over a 5 year period. And every time I make it, its gone in 2 days. Far from ordinary. But certainly extraordinary.
I made this in the crockpot yesterday, but I modified it a little bit. First, I browned 1 1/2 lbs of hamburger, then simmered with 1 cup chopped celery and some onion. I added the meat mixture to the crockpot, where I added all other ingredients. I left out the beer, sirloin, and oil, and this came out great! Served it with Chili Corn Muffins #191 - Yummy! Thanks for the recipe!
Ok got to admit at first I thought it sounded wierd. I couldnt imagine cocoa and beer and coffee in a recipe. But I just decided to go for it. I got a few odd looks from the hubby. But man oh man was it AMAZING!! Turned out a bit spicy but we love spicy stuff so it was PERFECT! Amanda Thaks so very much for posting this.
I usually use only one can of beans and it is amaing still!!!
Very yummy chili. My husband and I reduced the brown sugar and the kidney beans, but left the rest of the recipe intact. It was a little spicy for me, so we split it between 2 pots and made a fully spicy for him and a mild for me.
this recipe was ok but it had way too much cumin(1 tbs. is too overbearing) in it and you don't need all four cans of kidney beens.i would only use 1/2 tsp of cumin and two cans of kidney beans(drained) for starters.i have been using a different recipe for years and doubt i will change doing so for this one.
I make this every year and the neighbors smell it from afar and come flocking. I made some adjustments that perfected it (in our opinion) over the years. I use 4lbs of ground venison and 2lbs of pork/beef meatloaf mix (cuz venison is super low in fat) - like i said, neighbors all show up so i make a lot. I skip the steak simply out of preference. I keep most of the other main ingredients the same level even tho I’m adding much more meat other than an extra can of white beans of choice and maybe some veggies if I’m feeling it. I also swap out the diced tomatoes for... wait for it... SALSA. And double it. It gives extra veggies and flavor rather than just diced tomatoes. You’re welcome. ??Also - instead of all that mix of spices i just add a whole bottle of chili powder. It’s a mix of most of those and MUCH easier. To each plate we add some Mexican cheese mix and i always have sour cream and fresh sliced jalape&ntilde;os in case anyone wants some extra kick. Bon appetite!!!!
Real chili does NOT have beans in it. Beans are served BESIDE the chili.
I had to make chili for a "chili party", hands down this was a favorite out of the 20 there. I made it a day ahead and used filet migon. Will make again and again.
This is honestly the best chili recipe that is out there! Search no more, there is nothing better. It is a little pricey to make if you double it and follow it ingredient for ingredient, but WELL worth the money. WOW! This was the talk of my office for days after our Xmas pot luck. Coming from a Texan, chili is a traditional dish growing up, and I will be the first to tell you that this is without a doubt in my mind, the best chili that you will ever taste. I used New Castle beer (6 pack, drank the other 4..lol) and it is fantastic with this beer. I used a little less brown sugar, and it definitely worked out well. A must have recipe for any occasion!
Sorry just didn't do it for me, maybe it was that I used a crockpot ?I<br/>used 3 seeded jalapenos, and two cans of beans was plenty.
I LOVE this chili, although I did make a few adjustments. Based on the reviews, I drastically reduced the sweet ingredients (brown sugar, cocoa) to HALF of what the recipe says. Also, I put in HALF the amount of chili peppers. Came out perfect, and my whole family loved it. Just have to experiment to see what you like, but the general outline is here for you.
This recipe isn't your typical chili so if you are looking for that this isn't for you. But if you like to change it up (like I do) every once in awhile it is delicious! Yes, it is sweet like some reviewers pointed out but it pairs well with a little spicy. These are the changes I make to this recipe and we enjoy it. <br/>Used 1 qt tomatoes, diced 1/4 c sugar 1 can butter beans 1 can pinto beans 2 cans kidney beans 4 jalepenos, 1 seeded added some chili powder 1/8-1/4 tsp
add 1/2 bar of good choclate and omit the coco .Melt the choclate over a double boiler then add to the mixture .
Wow!! All I can say about this recipe is it is FABULOUS!! Served it with 'Boston Market' cornbread, and side salad. Made two patches of this and did both in the crockpot. Browned the meat with onions and garlic and then added it to the crockpot. I then added the other ingredients as listed. Cooked it on low for 8 hours. I made a patch for the family and another patch to take to my daughters field hockey game. MMM...good.
We loved this chili with a few modifications, to cut down on sweetness, grease and add to the heat.<br/><br/>1) Replaced the chili sauce, with chili powder.<br/>2) Canceled the brown sugar all together.<br/>3) We used ground turkey instead of beef,<br/>4) Cut the bean amount in half,<br/>5) No green chilis, instead we used half of a habanero pepper<br/><br/>Pretty close to the best chili we ever tasted.
I am not one who loves chili, but I love this! I keep tasting it and it just started simmering! Keeper!
Its oct. 8 2009 9p.m. and I just made your chili read all the reviews and couldn't believe how many alterations were made,just to mention I made it per your ingredients "only" and it was "awesome" did'nt change a thing can't wait to give it to my friends and family tomorrow, thanks amanda I would love to have more of your recipe's...hope I don't O.D. on the chile tomorrow lol..a.c.
I have to feed 30 hungry train[wo]men and multiplying this recipe by 7 following the same cooking directions still turned out wonderful. I experimented and used pinto, black and kidney beans for added color and texture. This recipe was great!
I won a chili cookoff at work with this basic recipe and some tweaking. Great texture and chili taste. This one is for your recipe files! Get it now!
The best family and friends loved it thanks
ok. I just was really disapointed with this recipe. Because of an idiot error!!! When I was making this, I was just moving along a cooking my chili, and was adding all the ingredients. Then by pure retardism. I added the coffee. I mean 1 cup of coffee granules!!!!! I had ment to pour it in the coffee maker, but just wasn't thinking and dumped it in the chili!!!! Yes, I felt soooo stupid! In all my years of cooking, I have never made a mistake like this. Whats even funnier, is that after I dumped it. I didn't even realize what I had done. I just stired it in, and was like this is a really strange recipe. It hit me about two seconds after I stirred it into the entire batch of chili. So I was really disapointed that I still haven't had the best Chili you will ever taste. I will have to try it again, sans the coffee granules!!!
I made this exactly as the recipe since it was the first time, then I usually try to tweak recipes to my own liking. Even if I cut back on the brown sugar, since it was sickening sweet, I don't think I nor my husband will like. I'm just glad my son & daughter in law weren't able to make it for dinner as my guinea pigs! lol
Simply the best chili I have ever eaten! There were a few changes I made: 5 large cloves of garlic instead of 3, 2 cans (10 ounces each) Rotel diced tomatoes with chiles, I cut the brown sugar down to only 2 tablespoons, used slightly less cumin, only used 2 cans of kidney beans, and around 1/3 cup of chopped pickled jalapeno peppers in place of the 4 fresh ones. I simmered it for about 2 1/2 hours total. It was amazing and I can't wait to make it again for an upcoming chili cookoff. Thank you for posting such a fabulous recipe!
My daughter thinks this is the best chili ever...I don't know if it's the best but is sure is good. I made this a while ago and forgot to rate it. I didn't have any beef sirloin and I was short one can of beans, also I added a can of corn to the mix. Wonderful! I am getting ready to start a batch right now! Perfect for cold windy 'chili' day! Thanks for the great recipe :)
Very good chile. I will use chili beans though next time as the kidney beans too tough to digest. I also cut down brown sugar by 30% from 1/2 cup and still too sweet. I will use 2 tablespoons next time. The substance of the chili was just excellent. Good concoction of spices is what makes it good eatin!
I have to say for the number of reviews I expected to love it, or at least like it. My family did not like this at all. Way to sweet with an odd aftertaste.
This is my favorite chili so far, even though it's a far cry from the beans-free Texas chili that I used to make. I love the flavors of the cocoa, coriander, beer, and coffee. I think I may use a little less sugar, but I don't really measure, so I'm not sure.<br/>I do only use two cans of beans (one kidney, one pinto), since my DH prefers no beans, and I like beans. I usually leave out the peppers so that my 5yo will eat it, but I use diced tomatoes with chipotle peppers, so there is a little heat. We love this as frito pie, and even on hotdogs (yep, beans and all!). I do add just a dash of cinnamon.
Yep, i was impressed. I cut down the sugar a bit and didnt have beer to add. Also didnt use as many kidney beans. But this was awesome all the same! Thanks Amanda!
Amazing Chili. I start with good grass fed &amp; finished beef from a local farm. Also, more often than not, I brown the meat, onions, and garlic on the stove top and then just stick it in the crock pot all day (8-10 hrs) all day on low. When doing that, I'll add all of the beans at the beginning, but I do go with 2 cans kidney and 2 cans pinto. We've never found this too sweet, but that may be because we use home made (hot) chili sauce. I'll typically throw in a variety of sauces made from tabasco, cayenne, and habanero from the garden. For a &quot;smoky&quot; flavor, we'll char the 4 larger fresh chilis on the grill before chopping. I would say we usually get more than 6 servings out of this. Leftovers freeze and reheat well.
Very good chili. Not too spicy (I didn't include the chopped chili peppers). This was very aromatic and the coffee and beer came through slightly. Some ginger might have even been a nice addition to this. I'll make it again. I put the beef sirloin cubes through the food processor so they were not chunks but also were not as fine as ground beef, it was a nice consistancy.
I wish people would stop calling their recipes &quot;the best&quot; of anything, since taste is subjective. I don't need to fix this recipe to know that in the south, we don't put sugar in our chili.
I've got it simmering on the stove right now and it smells great! I dropped the brown sugar to 2 teaspoons because I was afraid of it being too sweet. I used Michelob lager (that's what fiance came home with) and only 3 cans of kidney beans. The consistency is perfect, not too thick or thin. I used a half can of Rotel tomatoes and 20 ounces of homegrown canned tomatoes my dad gave me. Also, didn't have coriander or oregano, so I used an italian spice blend, (just a little!)and I didn't add any red peppers because of the Rotel addition. It looks and smells delicious and was interesting to make! Thanks a bunch.
First time I made chili - I was nervous but it turned out awesome!
This recipe is way too sweet. I added a second can of diced tomatoes to cut the sweetness... that helped a bit, but I was still disappointed. Otherwise great depth of flavor. I will definitely try it again, but will start with 1/8 cup of brown sugar.
really good - I'm not an officiando, but this stuff was good. I substituted lamb for the sirloin (that was what I had in the freezer) and had pressure cooked the beans, so needed to add more salt...still turned out super. A keeper!
Everyone loved this chili, I served it over angel hair pata, with cheese and sour cream on top...it was really great..thank you for the recipe
This recipe was fantastic. I mad it for a New Year's Day casual get together with friends. They loved it. I modified it a little by cutting the brown sugar down to 1/4 cup and used only one tablespoon of chili sauce. Didn't want to make it too hot. I put out sour cream and shredded cheese and people just ate it up. Will add to my favorites for sure...
Gave this four stars instead of five because I didn't make it exactly as written, but what I did got rave reviews. My changes: increased amount of cubed beef, 1/2 the beer and the brown sugar, and beans (I used little red beans instead of kidney). Used can of chopped tomatoes with chilis, and only one chili pepper. Oh yeah, used decaf coffee as safety precaution for sensitive guests (made a Tiramisu once that kept the neighborhood up all night). The chili had a nice bite, but not overwhelming. Flavors were deep, smokey and complex. Thinking of pre-mixing a batch of the dry flavorings to keep on hand for future batches! Thanks for a great recipe!
ThiS was great! I made this for my Christmas party. EVERYONE loved it... both when I served it for dinner and again when it came out again around 1 AM! I made it a day ahead of time. I think it was even better the next day!
By 1 cup of coffee, I assume you mean 1 cup prepared, liquid coffee? Not 1 cup of grounds, right?
Would any off you 500 reviewers be so terribly kind as to inform me if the canned beans & tomatoes in this recipe need to be drained or undrained?<br/><br/>Also is the sugar packed or not.<br/><br/>Thank you
I forgot to rate the recipe. I simply had a senior moment!
I&#039;ve made this chili at least three or four times before and I think one key to the recipe is to ensure that your dark beer is dark and your coffee is also strong (as indicated by directions). You may try a strong Vietnamese coffee like Trung Nguyen to take the sweet edge off. You can also add tweaks to taste here or there along the way, but i find this recipe great for a person just learning to cook chili. I&#039;ve pleased many taste buds at home and work with some version of this recipe. Thanks for sharing!
Double the meat!! I love a meaty chili, and the only thing I would change about this recipe is to use 1.5lb ground beef, 2lb sirloin... I followed the other directions exactly, and when I left it all in the slow cooker and left the house I felt sure it was going to taste disastrous. I was so wrong! This is the best chili I've ever tasted, true to the name of the recipe. I slow cooked for 5 hours and the sirloin was tender and delicious. I will absolutely be sharing this recipe and making time and time again!
This is awesome chili. I had to make some changes because of location, as I'm in Japan, and some things on the list are really hard to find! I used local stuff when possible (Yebisu Black beer, Asahi Wonda Black coffee, and Japanese ground beef/pork mixed). I mixed four kinds of beans (Great Northern, black, red, Pinto). I couldn't find coriander, and had to use an odd soy-based chili sauce, but upped the amount of chili peppers to make up for it. ^.^ The beer and chocolate came through nicely and this incredibly tasty stuff. Thanks!
I made this 3 days ago. I think it's very good, you just can't expect it to be like traditional Chili, but it still tastes like Chili. I would call it Gourmet Chili. We all really liked it. 

The directions didn't say whether to drain the beans or the tomatoes, so I drained the kidney beans and used the liquid from the tomatoes. I used Amber Bock beer because that's what I had. It's not as heavy as Guiness. The only actual change I made was to leave out the chili peppers because we had strep throat. It was still pleasantly spicy the first night. For me too much spice ruins a dish because I can't taste what's underneath it. After refrigeration the spicy from just the cayenne pepper mellows into all the flavors with a tiny kick. This recipe definitely has it's place, just depends on who you are cooking for. It will be my other chili recipe, in no specific order.
I tried this recipe for a chili cookoff once. I still haven&#039;t outlived the shame. )-:
Winner! I didn't follow the recipe exactly ... forgot to defrost meat, didn't include tomato paste or beef broth or the chili peppers (used flakes instead). But it was still delicious. I think I'll stick with this one :)
This really was some dang good chili!! The ingredients were unusual, but it was still sooooooo good. You have to try this chili. I took some other ppl's advice and only used a small amount of sugar (probably 2-3tbs - I dont like sweet chili). Also, I made this from using dry beans instead of canned beans and it was awesome.
The great thing about chili is there are so many varieties. You can also hold out the sugar until the last 30mins, then you get a really good feel for how sweet or savoury you want it. If your chili is too sweet, try adding tomato paste, the acidity in the tomatoes can help with the sweetness, a balsamic vinegar would also be good to try.
This is a recipe I use all the time that can also be found on the Allrecipes website. (Chili I)<br/>**WARNING** 1/2 cup packed brown sugar is WAY too much. Start off with 1/4 cup not packed and taste.<br/>Great recipe, I applaude the chef who came up with it!!<br/>*I also find I like less chili powder and more cumin.
This really is the best chili I have ever had. I did add extra kidney beans because we like it thick. The flavor is incredible! I made enough to feed an army, and packaged it in 3 quart containers to give as Christmas gifts.
This was excellent, I fed eight hungry London Police traffic officers on night shift, with this chilli. Some found it a little sweet for Brit taste , but there was none left over.... I loved it
Loved it! It's as good as the others say. I so wanted to use this recipe for the chili cook-off at work, but we have a drug and alcohol dept and I felt that it wouldn't be appropriate to bring chili with beer in it. So, my husband and I ate the whole thing! (not in one sitting!)
I cut the sugar in half and I still felt it was a little sweet. It also needed a lot more salt and seasoning....specifically chili powder and cumin. I also added some beef boullion cubes to deepen the flavor. With this doctoring it made a wondeful chili. Because I have young kids, I left out the cayenne, but did add two jalapenos and it was a good amount of heat.
NOT the best chili I've ever tasted. Too much bitterness/sweetness. Sorry, but I would try another recipe. Or modify this one.
This is a WINNNER! I just entered this into a dutch oven chili cook-off and won! I have never used a dutch oven, and I even didn't cook the onions as much as I should have. The cocoa and coffee make this recipe. I substituted the beer with some malt vinegar, about 1/3 cup. I used 3 jalapenos instead of the chili sauce and cayenne. I also used only 1 tbs. of brown sugar and I wouldn't add any more. Thank you so much for sharing this recipe. So yummy!
OK, OK - I agree with the last couple of reviews - this probably WAS too sweet, but that's OK, I'll just cut down on the sugar next time, that's all. Even with the sweet taste, this still was the best chili I have ever tasted! I made it for a New Year's Eve party and everyone loved it and quite a few people wanted the recipe. Yes, it was sweet, but it was also very spicy - and so for me, it definitely "worked" - delicious!! Would definitely recommend it - with the watch-the-sugar warning - and will DEFINITELY make again - so I am standing by my five-star review (and in fact just finished off the leftovers a few minutes ago!!)
This was great! i did tweak it based on some reviews - i used lean ground sirloin, guiness, only 1.5 cans of tomato paste, i didn't include the chili paste - instead put in 1 Tbsp of chili powder, 3 cans of pinto beans (kidney beans are too big for my taste) & i used 1 can of diced mild green chiles. Next time i'll cut the sirloin a little larger as it got lost in the chili - but the flavor was excellent! oh & i only included 1/4 cup of brown sugar & that was perfect for us.
In the heat of the summer, my husband is asking me to make this chili...I use less sugar and more meat and simmer longer. DH likes a very thick chili
Just want to say, we also won a chili cookoff with your recipe. We followed it to the "T". Thanks Amanda!!!
Rather impressive. I made it exactly as the recipe said - except I used paprika instead of cayenne because I like very mild chili. It probably wouldn't have been too hot anyway... it's a sweet chili. I love it.
I made this Chili tonight for a cookoff and I won first place! I pretty much followed the recipe except I slowly added the brown sugar so it wouldn't be too sweet. I'm really not sure how much I added, but it turned out just right. I also used Guiness for the dark beer. Thanks for a great chili recipe! I will be making this again.
Nothing helpful to add other than excellent recipe.
This is certainly the best chili I have ever made. Is it the best chili I have ever had, probably not. But in the top 5!
excellent chili! i love the fact that this recipe calls for both steak chunks and ground beef! i also really loved the addition of beer and coffee. i omitted the sugar since we don't like sweet stuff. i used black beans that i pressure cooked the day before, serrano peppers and poblanos, and i also added a few tablespoons of chili powder. thanks for the winner chile recipe!! oh and i used the crockpot!
I tweeked the recipe to make it vegetarian friendly. Not only did my children love it, but I used the new spin to enter a chili cookoff at work and won 1st place. No one even knew it was meatless.
Great, unique chili taste! I used the 1/2 cup of brown sugar, but did not pack it - just measured loosely. Also used chipotle pepper instead of cayenne and used part of a poblano pepper for the chili peppers. Great combination of ingredients - thank you for sharing!
This was good. Very different from the Wendy's chili I usually make. The coffee, beer and cocoa give it a distictively different taste.
This chili is very very good! I used half ground beef and half italian ground sausage plus the sirloin and it was yummy! The only 1 complaint I do have is the sweetness. For my taste I think I would leave out the brown sugar next time just because I am not used to that flavor in my chili BUT it was great even with the sugar. Also I wasnt sure what kind of chili peppers to use so I went with yellow chili peppers because I like their flavor and they are less hot than jalepenos. I will for sure be making this again, thanks for sharing!
Great recipe! I Made a few changes to suit my family. My six year old just finished his second bowl! I used my frozen meatloaf mix (ground beef, sausage, spices) instead of reg. ground beef and added 1 lb of ground turkey. I skipped diced tomatoes and added 16 oz canned tomato sauce. Didn't have beer, coriander or chili peppers so I omitted them too. Came together fast and was great with cornbread!
My husband and I enjoyed this chili very much. It is quite different from our standard chili. The flavor had a delicate sweetness in addition to the spiced flavor. I would not call this a "hot" chili but it was very well seasoned. Two cans of beans was plenty for us. Thanks for posting this one--will certainly make it again.
I made this last year and forgot to review it. Now it's time for chili so I'm back for more. This is my keeper recipe for chili.
I been saving this recipe for some time waiting to try and yesterday was just the cold, dreary day to give it a try. The only differance I made was to use chili powder instead of sauce as that's what we had on hand and really enjoyed this. The taste was differant from what we usually expect from chile but very nice. DH felt it was a little too sweet (I liked it) so would probably leave out the brown sugar next time. By the way, the directions didn't mention when to add the sugar - so I just added it with the spices. We served with recipe#410289 but think next time I'd use a simple corn bread recipe. We did enjoy this, specially with the beef added to the regular ground beef.
Great chili! The cubes of tender sirloin make it so hearty and tasty. I added two diced and seeded serrano peppers and it was still only midly spicy. Also used the lime sour cream as another reviewer suggested-good idea!
What can I say or add? OUTSTANDING!!! This is not a chili for chili dogs. We prefer to scoop it up with Frito's Scoops instead of spoons. I also use two cans of black beans (added at the end) and two cans of pinto beans. I also add two chilies in adobe sauce and a small amount of chilpolte chili powder instead of the chili sauce.
Way too much liquid. Very soupy. Too sweet. I've made many chili recipes over the years and this is the first time I was disappointed. Don't understand how this chili has such a high rating.
I made this for my husband for lunch. I put it all in the crockpot to make it easier. It smelled wonderfully. I didn't have beer because we don't drink beer, but I used root beer instead. I didn't have chili sauce, so I used chili powder. I didn't have beef sirloin, so just used ground beef. We don't like it too hot, so I skipped the chili peppers. I used white beans instead of kidney and only 1 can as we like chili without beans. I added 1/2 cup taco sauce for a zing. I doubled the tomatoes for extra veggies. I didn't have beef broth, so I used 3 beef bouillon cubes. My husband's only suggestion was that it should be topped with crushed saltines and cheddar cheese. We Love it!!
We like the taste of this. I've made it twice now. You wouldn't think about adding beer, cocoa and coffee. I don't like kidney beans so the first time I added pinto beans & the second time I used black beans. We liked it both ways. Next time I'll probably use one of each. I cheated and used a can of green chili peppers. Has some heat but not so much to turn us off. Thanks for a really fabulous recipe!
I've never had so many raves about a single recipe as I did with this one. The cocoa, beer and coffee give the chili such a depth of flavor....I am making it again on Super Bowl Sunday for a crowd of college kids...I am sure they will love it also...5 stars
Delicious! I wanted to make it just as stated but didn't have any beer, so I used some beef broth in place of it. Turned out just great.
This chili was good, but far too sweet. Next time, we won't add any brown sugar.

All the other ingredients were wonderful. We loved the combination of ground beef and cubed sirloin. Also, the different textures created from adding half the kidney beans at the beginning, and half towards the end. The subtle flavor of coffee and cocoa were also wonderful.

We look forward to trying it again, but without brown sugar!
Real Texas chili does not contain beans OR tomato.
This is a wonderful recipe. Easy and very tasty.
I made this chili for our family cook-off and it was a HUGE hit! The beer, cocoa and cumin gave it a unique taste that was anything but bland and/or ordinary. It was by far the best contestant.
This Chili is way toooooooo sweet. It should be called something other than chili!!!!
Yes! Yes! Yes! And guess what? I made this chili vegetarian! Since I turned veggie two years ago, I haven't made myself a good bowl of chili, and I used to make it often. All I had to do was sub faux ground meat, and vegetable broth instead of the beef. The beer, coffee, and cocoa powder intrigued me, and it was just awesome! Instead of 4 cans kidney beans, I used just 2 along with 1 can black beans and 1 can of corn. Oh, and a little extra beer, hehe.
This is a very good recipe! It sounded very familiar to me and looking thru my files I found a 2002 printout from Allrecipes the exact recipe scaled to make 16 servings submitted by Bob. Anything good is worth repeating-I'm making it today for my daughter and family.
I think this chili can certainly have the title, "best" if it wants, regardless of what other posters wrote. "Best" is in the mouth of the taster. This chili was excellent for me. One of the best for sure. I made some modifications; cut back on the sugar, added some crushed red pepper. Easy to make, put it on top of quinoa for me, white rice for the "unhealthy eaters"! Thanks for sharing.
I was tired of the same old chili mix and decided to try something new and WOW! It is simmering on the stove and I can already tell it is going to be DELICIOUS! I didn't have any coriander or cayenne and I only used 2 tbsp of the chili sauce..... just to make sure it wouldn't be to hot for all to eat! I had some fire roasted pablanos peppers that I had frozen and diced them up and tossed them in for the peppers. I can't wait until it is ready - I have found my new favorite chili recipe- YUM!
Amanda, You Rock! My search for the perfect chili recipe is OVER! I never thought I would resort to a recipe for chili, but was always intrigued by the recipes that called for coffee and cocoa. (I don't even like coffee!) This has been in the crock pot for 4 hours and what an explosion of flavors. I added jalepeno and hot hungarian peppers from my garden instead of the chili's. 3 medium tomatoes from the garden instead of canned, and 2 cans of chili beans and 1 can of pintos. I almost cut back on the sugar, but I'm glad I didn't - sweet and hot is what I made. Yum-O! How versatile and a total keeper. Makes you wonder who thought to put coffee, cocoa, and beer all in one recipe and you can't even tell it's in there. Thanks!
I agree with everyone this is a keeper,thanks.
The chili was good, but I think there must be better chilis out there. We followed the recipe exactly, except as some reviewers mentioned, we used chili powder rather than chili sauce. We'll give it one more try, with chili sauce next time.
OMG! Awesome. Even my wife and child (not chili lovers) loved this chili. Next time I will add less brown sugar, and add the red chilis that were supposed to go in. I kept them out for the heat factor.
I made this Chili for 20 people, trippling the recipe given here. I was statled by the amount of sugar given so I cut it to 1/3 of what was asked. It was STILL extremely sweet and also not spicy enough. When I make it again I will put 1 tbs of sugar instead of 1/2 cup and will add lemon juice, jalepeno and some chili powder.
Sorry, but this recipe just didn't cut it. It didn't taste ANYTHING like what Chili is supposed to taste like. I was so looking forward to it after reading all the rave reviews, but was SO disappointed. It was too sweet, no smokey flavor, too much beer flavor (UGH!) too much coffee. I could go on with the problems, but you get the picture. I followed the recipe to a "T" so this rating is based strictly on this recipe as is posted. *The excess beer taste was the worst part of this dish*
Made as directed and it's fantastic. I really liked the mix of the ground beef and cubed sirloin. I used a can of guinness for the beer and a can of hot diced green chiles for the green chiles. I will only be tweaking a couple things next time I make (and there WILL be a next time) I'm using a little less brown sugar and I'm going to break up the beans just a little before adding, our personal preference is for not quite so many whole beans in our chili. Thank you sooooo much Amanda for posting, this is amazing!
Thumbs up for this recipe! Adjust brown sugar and kidney beans according to your liking.
This recipe is waaaay too sweet (for our taste) as written!<br/><br/>Actually it is a pretty good chili IF you leave out the 1/2 cup of brown sugar!<br/><br/> If you prefer some sweetness to your chili, I would suggest stirring in 1 or 2 teaspoons of brown sugar (to taste) after the chili is finished cooking (before serving).
This really was a great recipe. I had to make it when my husband was gone or he would have never eaten- the beer and coffee base would have grossed him out. Served to a big group of friends and family and received rave reviews. I made it the night before then warmed it in the crock pot.<br/>Thanks for posting!
I made a X2.5 batch (serve 15-20) knowing that Chili always tastes better the following days. I also did as the reviewers suggested/thought and cut down the sugar. I agree with the other reviewers regarding the recipe being a little unclear. I used 13 1/2 oz for the can on beef broth, and a 12 oz can for beer. As a previous reviewer suggested, the beer is a key ingredient - it can change the flavor significantly, so use a beer that you enjoy. I did find that it was more "soupy" than I had hoped for - though I am not sure if it was because I made X2.5 on the recipe, or because the recipe was not specific as to sizes as can sizes are not universal. Next time I make it, I will drain and rinse the beans, cut back a bit on the beef broth, and cook it in a crock pot on low for many an hour. It was an amazing chili though and it will be my "go to" recipe. Thanks Amanda.
Made this last night and it was good but not what me or my family were expecting. It was rather on the sweet side. I used Honey Brown (cuz that is what I had) and the flavor really came thru and it smelled really good while it was cooking, but the taste was not there for us. I guess we are just use to "TEXAS Style Chili".
Fabulous chili! Made it early a.m. and by supper the flavors were blended enough for our pallette. Served with grated cheese and a spoon of sour cream and a side of cornbread - doesn't get much better than that on a chilly evening. Recipe didn't state to drain the liquid from beans so added most of it, but not all. Used 2 tsp. of chili powder instead of the 4 chili peppers. Added 2 chopped fresh tomatoes toward the end. Next time I'll make my own kidney beans instead of using canned, just to experiment. Thanks for a great recipe!
You lost me when you put the beans in.<br/><br/>It ain't chili.
I'm making this recipe tomorrow for my future in-laws!! It sounds too good to pass up. I'm a beginning cook and I'm not sure if I'm supposed to brew the coffee or use the coffee grounds. Any help would be appreciated! Thanks
it was a very good chili, had a sweet undertone though.
I too use this chili recipe. I dont know where it originated either, wish I did. This is far and away the best chili I have EVER had. And, yes, i cut way back on the beans too and sometimes put in a can sliced black olives. Other than that I follow it to the letter. Try this, IT'S FAB!!!!
name speaks for itself. Ill never make another chili recipe
I'm a big chili fan and was referred to this recipe from a friend. This seems to be one of those recipes that you are either going to love or hate and I am of the latter. I cringed pouring the dark beer and coffee into my perfectly seasoned meat... the flavor is awful. I ended up pouring a whole bottle of chili powder into it just to be able to get it down and not let it all go to waste. Will never make again. If you don't like dark beer or coffee (or even if you do) stay AWAY from this recipe!
When you call yourself the Best, you have alot to live up to and this chili just doesn't live up to the hype. Way too sweet and far too much emphasis on beer and coffee for flavor. Chili should taste like chili.. smoky, slightly sweet, spicy and a warm bite. This just doesn't cut it for me. Sorry.
Used this chili recipie in my neighborhood chili cook off this month and won! What a beautiful, complex taste. I've made a few modifications to the amounts of ingredients, but the key is the beer/coffee additions. I agree with some of the other reviews, cooking it longer and letting it sit overnight allows the flavors to meld for perfect harmony.
so good!
We loved it! I added some corn niblets for different color and texture. We ate without sour cream OR cheese, just savoring the flavor. I, too, used 4 tablesppons of chili powder instead of fresh chili peppers. The 3 of us ate the entire pot in 2 days!
Very good, but way too sweet. Will cut brown sugar to 2 T. next time. Used RoTel tomatoes with green chiles, 2 lbs. ground beef, no sirloin, Coors Light beer (that was what I had in the fridge) and 2 seeded minced jalapenos for chili peppers. I also added 1 T. chili powder. But a very thick, tasty chili with just enough heat. Served with recipe#420196#420196.
Yummy chili, here. My tips:
-- NO more than 2Tbl. brown sugar; might even cut it nexy time.
-- 2-3 cans of beans is plenty. "Mostly drain" them (but not the diced tomatoes).
-- Don't skip the diced sirloin; it adds a great texture element alongside the ground beef.
-- Foster's isn't very dark, but very easy to buy one (large) can at a time for you non-beer households! 
-- Definitely store the chili overnight or longer before eating. We ate our batch several times this week!
Made this for my family and everyone loved it. I left out the actual peppers because my husband won&#039;t eat anything hot-spicy. We added heat to our individual bowls with crushed red peppers.&lt;br/&gt;I&#039;ve won the company&#039;s chili cook off two years running with this by adding 2 Tbsp chili powder to it.
I wanted to make the best chili ever. So I googled "best chili ever".

This is what I found! Good lord, this is good. Feed it to guests and listen to them rave about it. Amazing. Really, really good.
this really is the BEST chili we ever tasted. I choose this recipe first for it's name and then I looked at its ingredients and thought --man this is weird, I've got to try it. I had fun making it while my family freaked out that I was pouring coffee in it and cocoa, and lets not forget the beer. When it was time to eat they were hesitant but good sports and wouldn't you know, every one of them went back for seconds!! When I made it I left out the last 2 cans of beans and it still was delicious!! I'm guessing that this chef knows the secret family recipe to Bush beans!!!!!! Thanks for sharing this WONDERFUL
Very aptly named. I was not sure if the beans and tomatoes were supposed to be drained or not so I just dumped them in - juice and all. Also was not sure what type of chili peppers you were referring to - I chopped up Hatch chilis from a can. The flavor is awesome. It turned out wonderfully. Nice little glow with just a touch of sweetness.

Congrats on a great recipe!
It was too sweet. The heat from the peppers was good, but next time I will follow others suggestions and use 1 tablespoon brown sugar instead of 1/2 cup.
My husband thought that calling this the Best Chili You Will Ever Taste was a little presumptuous. But after eating it I think he might agree. At least One of the Best Chilis You Will Ever Taste. I omitted the brown sugar, as so many reviewers seemed to be cutting it back so much. Next time I might try adding a little bit, but we thought it was delicious without it as well!
Wonderful recipe and great directions, easy to follow. I used 3 1/2 Tablespoons Chili Powder instead of the chili sauce. Followed the other ingredients exactly. I selected this recipe for Comfort Food Cookathon and brought it to work, along with two other selections from the "Zaar" Comfort Foods. I also served the Boston Market Bread and Helen's Cole Slaw. I prepared this dish the day before and then placed it in a crockpot and reheated it for the buffet the next day. Each dish I prepared was gone in ten minutes! I also had to share your recipe with the other employees. Thank you for sharing your recipe.
This is one of those rare occasions when I am giving 5 stars to a recipe that was 4 star as we ate it tonight.. solely because when I cut the recipe down to serve 2, lessening some of the spices and the peppers, they reached a level where the taste was probably a hint of the true strong flavours, BUT that said, the taste WAS there faintly and I very much liked the hints of what I tasted. Therefore the potential of this recipe with it's odd mix of beer, coffee, cocoa, herbs and spices really did work! I did two things differently: I only used ground beef because meat is very expensive here in NL and I wanted to test the general taste of the recipe before committing myself to two lots of meat in it, and I lessened the sugar a little (I don't think that effected the total result any) Please see my rating system: 5 stars for a recipe that was easy to make, has a unusual but tasty set of ingredients that I can't wait to experiment with within a smaller serving size to get just perfect for us! Thanks!
Wonderful Chili! The flavor was unlike any other chili I've ever had and in a good way! It was simple to make and an easy recipe to "play with". I added 1 tsp more Cayenne Pepper and 2 tsp Chili Pepper because I like my chili to bite back and it turned out wonderfully. I also added one can of corn and one half green bell pepper in the very beginning - but I imagine this recipe would have been a winner with or without my "tweaks" here and there. Thank you for sharing!
My family and friends loved this chili. It is great! The teenage boys all ate two bowls and couldn't seem to get enough. Use dark beer as the flavor is just great.
I love this recipe, and it was a huge hit with my two teenagers as well. I made the following alterations: I used 2 lbs. of lean ground beef, and 6 cloves of garlic. I took the advice of many reviewers here and cut the sugar down to 3 TB. I also put in 1 TB of Decaf Instant powder (Sanka) instead of 1 cup of coffee, as I prefer a thicker chili. Instead of Chili Sauce, which is glorified Ketchup, I used the same amount of Chili Powder (3 1/2 TB). I used 3 fresh Jalapeno peppers and 1 jar whole marinated Jalapenos. I also added 1 tsp. cinnamon. Everything else remained exactly as original. The longer this simmers, the better. I served it after it simmered for about 5 hours, and it was phenomenal. This is a very versatile recipe and you can adjust the ingredients to suit your taste.
Highly overrated. Way too sweet and far too much emphasis on beer and coffee for flavor. Chili should taste like chili.. smoky, slightly sweet, spicy and a warm bite. Sorry for copying you BellesArizona but you hit it on the head. This chili was expensive to make as well. I have a black bean chili that I got on some vegetarian site that I add Italian sausage and a bit of b. sugar that is great.
Pretty good,... have three young kids, so a sweeter chili works for the whole family,... I made it more meaty though,... way more sirloin and ground meat and less beans,... just cause we like a meatier chili. The house smells spectacular!!!
We made this chili for a chili cook-off. We won second place although everyone said that it was a neck and neck decision! We made it the night before and reheated it before the contest. It turned out great and has such an interesting and unique flavor! In the future, I may cut back the brown sugar to 1/4 cup instead of a 1/2 cup to eliminate some of the sweetness and add a bit more cubed sirloin. We will definitely keep this recipe in our book and plan to make it again and again!
I did a Chili Contest and made it to the last round, then lost, why?, it was to Sweet, but they did seem to think it was a different idea..
I made this chili for a party at my house and it was a huge success. I am going to enter it in a chili cook-off and see what happens. Can't wait to win that prize!!
Really nice. It was a lot sweeter than we are used to but very nice for a change. I only put Â½ the cayenne in as our chilli sauce is extremely hot. It was really rich and lovely. I made cornbread muffins to serve with it. Thanks for a lovely recipe.
Great recipe
Hi Amanda...made your chili last night for dinner. I served it with fresh homemade French bread and a dollup of sour cream on top in the bowl....WOW....what a great recipe for chili, followed the directions as posted, but left out the cubed sirloin, and made it with just ground beef, also I added one can of crushed tomatoes, cause I was worried that I would'nt have enough for my guests, it turned our amazingly delicious, we all had seconds, and my guests just raved about it, I had to hand over your recipe to my girlfriend, she was so impressed....Both myself and my DH are chili lovers, and I am always searching for good recipes for chili....well, this is certainly a real winner...thank you Amanda for your wonderful recipe:-) :-)
Best chili I have ever made. I didn't use the brown sugar but it was much better than a chili based completely upon chili powder. It was a great mix of flavors
It has to be the best. This is the first time I haven't glopped chili out of a can. 

All 30 guests loved it...even though I scorched it...and took some home with them. This recipe will stay in our family cookbook.
The best ever!
We really liked this chili. After reading the reviews I reduced the brown sugar to 1/3 c. which was perfect for us. I got raves from everyone and this will be the recipe I choose when I want to make chili again!
LOVE IT!! I didn't use the sirloin, and I only added half the sugar - it was brilliant!! We got heaps of leftovers and ate it with corn chips, like nachos. Can't wait to make it again! Best chili!
Wonderful!! Like lots of other reviewers, I changed a few quantities to suit our tastes, and it all worked beautifully. I used minced beef, only one can of tomato puree and reduced the brown sugar. I also reduced the chilli because of the children. I'll definitely make this again and again. Thanks Amanda!
I won the first ever chili cook off I have ever participated in with this recipe! Thank you for posting! Delicious!
This is a sweet version of chili and doesn't compare to a true smoky Texas chili.
My hubby took it to a work chili cookoff and won 4th out of 12. I added smoked jalapenos which made it HOT!

It is an AWESOME recipe to play with. Does anybody have special chilies that they use?
I am only giving 4 stars because I altered the recipe after reading some reviews. I didn&#039;t add any sugar. However, I am a really great chili-maker and had never heard of adding coffee and beer. The flavor was delicious. My mother, who is the real cook in the family, is going to try this, as well. I heeded the warnings about it turning out too thin, so I added broth in gradually rather than all at once. Good knowledge to be an even better chili-maker, and I think the caffeine gave me a boost of energy! Thanks.
I am going to enter this chili in my company's chili cookoff tomorrow. I made the recipe exactly as printed, and used the full 1/2 cup brown sugar even though others had said it was too sweet. It IS sweet, which is weird for me because I am used to thick tomato-based texas-style chilis. This is NOT your average chili. It is more soupy since it has a base of beer, beef broth, and coffee. It is not very thick. I hope over night it will thicken up a bit. It is however AMAZING tasting. My hubby and I have shared 2 bowls already. We can't stop eating it but we don't know WHY - is it the beer? The sugar? We aren't sure exactly what it is that makes this chili so good, but it is darn good. In my husband's words it has a very "complex" taste that he can't quite put his finger on. Thanks for a great recipe!
I entered this in a chili cook-off and won 1st place! This is absolutely the best chili out there!!!!
This is so sweet! Tooth-achingly sweet! I made according to the recipe, although I only used 2 cans of beans...the poster actually said she cut the bean amount, so I felt that was okay on my first try on this recipe. Maybe the extra beans take away from the sweetness, but I have always enjoyed a "meat" chili, not a "bean" chili, so tried for that. I enjoyed the mix of cubed sirloin and ground meat.....that is what I usually use. I also do not use chili powder, basically making my own. However, this chili is extremely sweet. I can't say it is awful, but my mouth recoiled when I took a bite....it was expecting "chili", not candied baked beans. This recipe is edible....but it doesn't taste like chili to me. I'm giving this a 3 star, because it doesn't taste horrible, just not what you expect from chili. I'm sad, because this is the first "new" chili recipe I've tried in years.....going back to my own tried and true recipe.***Letting this chili sit overnight lets the heat increase and temper the sweetness. So I'm changing my rating from 3 to 4 stars.
This was too sweet for our taste. I used only 2 cans of kidney beans and one can of black beans for variety and only 2 chili peppers. Will definitely make this again, but with only 1/4 cup brown sugar. Loved the texture and consistency, nice and thick with just the right amount of sauce.
This chili was absolutely amazing. I added double the ground beef (husband is a huge meat eater!) and adjusted the recipe to account for that. It turned out great. I agree with others that it's a bit sweet but you can make allowances for that by adding the other flavours. Taste as you go! I added a bit more beer to cut the sugar. Other than that, it was the best we've both ever had!
I'm sorry I don't agree with other reviewers. This was the worst chili I've ever eaten. But that's just my opinion.
I agree with most of the negative reviews in that half cup of brown sugar is too much. Im going to try it again with probably 2 tablespoons of brown sugar. I like the rest of the flavors with a couple of changes. I used one can of roasted peppers and a single shot of espresso.
YUM! I made this chili last night and am currently eating it right now for lunch at work. I used a cranberry flavored beer left over from the holidays (after ingredients like beer, cocoa chili powder and coffee I figured why not a hit of cranberry too!) I also used two chili peppers and two jalapenos. The chili last night was very spicy but after sitting in the fridge over night and being reheated today, the spice factor has settled. The only other change I made was three large cans of kidney beans (I think they were 18 oz. each) rather then the 4, 14 oz cans. My boyfriend hasnâ€™t tried it yet but it is certainly a keeper for me and I will be making it again!
 this has to be the best Chili I have found. I didn't use the Sirloin and subed sliced Jalapenos for the Chilis and it was great.
This chili is amazing! Every single person that has tasted this has said it was the best they've ever had. I agree with the previous comment that it was a little sweet (but still outstanding) so I took out the brown sugar on one of my cooks and added 2 jalepeno peppers and 2 habenero peppers both diced to the mix. WOW! After the 2nd step (browning the garlic, onions & meat) I transfered that to my crock pot, added the rest of the ingredients and let it slow cook in the crock for 4 hours (stirring occasionally) and then shut off the crock and let it stand for about 4 more hours. This mix is way HOT while cooking (I taste everything occasionally during the cook) but it calms down after the flavors meld together. The BEST chili ever!!! It's officially "my secret recipe" *winks* shhhhh.... LOL
I added the full amount of brown sugar and think this is delicious. I used serrano peppers and, instead of chili sauce, Salsa Stoopid (good stuff). Otherwise just as written. Good stuff!
This is the best chili I ever tasted. You can tweak ingredient quantities to own taste, I use less sugar, more chili, and substitute some of kidney beans for baked beans. Also dead easy in the slow cooker, just throw it all together and cook over night, great for parties and always get compliments from everyone. One of the few recipes that I keep going back to. Hurray - Love it!!!
Really nice. I cooked it for longer because I think it added to the richness. I looked online for a dark beer substitute and discovered apple cider vinegar. I put in way too much vinegar but it came out nicely. So I advise if you are looking for a substitute, go ahead and use it but use less than the prescribed dark beer requirement. Very easy, you pretty much just throw it in and stir once in awhile.. I would leave it for more than thirty minutes and it still never burned, love that kind of recipe!
I tried this today, and my husband and I loved it. I omitted the chili peppers and added chili powder, I cooked it as directed and then I refrigerated it overnight and then brought it out the next morning and cooked it in the crock pot on low for 10 hours or so. It was so delicious that way.
This was yummy. Made it on football sunday for the family and everyone loved it.
I wish I had read the reviews! This is too sweet for my taste. Now I have a gigantic pot of chili and have no clue what to do with it.
I really liked this chili. I didn't add the chuncked sirloin, only ground. Next time I won't add all the brown sugar. I like mine a little hotter than sweeter. But family enjoyed it. Thanks
I highly recommend this recipe. I used bison meat instead of ground beef and added some carrots and an orange bell pepper for color, and it was a huge hit!

Also, instead of chili sauce I blended tomato paste with chipotle peppers and cinnamon and nutmeg, which added a really great smokey flavor, but be careful, cause those puppies are HOT.

We served it with cornbread and hot apple cider, YUM!
Killer Chili!!!! Next time I will substitute for a little bit lighter choice of dark beer. Definantly will be making this one again.
Not the best but can be tweaked to make it so. Way too sweet and way too much tomato paste. Not sure why it would call for 2 cans when most recipes call for 1-2 tablespoons. We used all stew meat and black beans instead of kidney. Will make again with a few changes.
This chili was deeee-licious! I also left out the chili peppers and sauce, but added chili powder, because I thought my daughter would be eating it. She didn't, and hubby said it wasn't hot enough, so next time I'll follow this to a tee.
Has any one tried the Metric version? Who the hell measures 9.52 mL? Here is the Real Metric Version<br/><br/>Ingredients - <br/>The recipe is Metric - one cup = 250 mL, one tablespoon = 15 mL, one teaspoon = 5 mL<br/>2 teaspoons oil<br/>2 onions, chopped<br/>3 cloves garlic, minced<br/>500 g lean ground beef<br/>375 g beef sirloin, cubed<br/>1 (425 g) can diced tomatoes<br/>1 can dark beer<br/>1 cup strong coffee<br/>2 (170 g) cans tomato paste<br/>1 can beef broth<br/>1/2 cup brown sugar<br/>3 1/2 tablespoons chili sauce<br/>1 tablespoon cumin<br/>1 tablespoon cocoa<br/>1 teaspoon oregano<br/>1 teaspoon cayenne<br/>1 teaspoon coriander<br/>1 teaspoon salt<br/>4 (425 g) cans kidney beans<br/>4 chili peppers, chopped
Maybe it was me but i thought it way to sweet. i didn't have any brown sugar so i made my own with about a tablespoon of molasses and a 1/2 c sugar. I only used 2 cans of the beans (i don't like them in chili) i only used 2 chilies fearing the too hot factor and did not use the seeds. although the chili did have a ok taste and a slight "burn" at the end the sweetness seemed to get more and more intense eating the bowl of it. we used a guiness beer and my DH got a black coffee from Dunkin Donuts since we don't like coffee, i still could smell the coffee and that turned me off a little. I think this would be a great recipe just need to cut way back on the sugar because you can always add more, but once it is in there you can't get it out.
I made using homemade kidney beans and the chili was literally "To Die For"! This is right up there with the best for sure!
This is DELICIOUS!!! Made it for my son's birthday party and everyone kept telling me what an amazing cook I was :) After reading some of the reviews I decided to follow Chef#1357028's advice of using just 2 TB of sugar and it did come out to be a little too bitter for my liking after being on the stove for 1.5 hours like the recipe calls. After I got over some disappointment of ruining a pot of chili, I decided to try and add 1 more can of diced tomatoes to the pot to see if that would counter the bitterness...the result- perfect chili! That was in Feb and my bf asked me to do this again today so I looked up the recipe and am so impressed with the recipe I had to sign up to food.com to share my own experience with the recipe! Good luck to everyone!
Love, Love, Love this chili!! My family also enjoyed this chili! I made it for Super Bowl party and chili cheese dogs! I have different chili&#039;s I like to make and this one has made the cut!! I made mine the day before the Super Bowl, as I usually do, because to me Chili is just better the next day! I followed the recipe to the T, because I don&#039;t believe in changing a recipe until after I have tried it! I put it in my slow cooker and started out on high and then to low before bed! Perfect!!!! My husband did say that it may not be his favorite of some other chili&#039;s I have made, but he would like me to make it again!! He is a hard customer, so if he says he liked it, that&#039;s saying something!!
This is a great chili recipe. It has a wonderful complexity to it. I used dried chili powder (personal preference). It came out great. Thanks!
This was good!
I didn't use the cubed beef, just substituted more ground beef and I didn't use all of the brown sugar (only about 1/4 C). After letting it cook, we decided that it needed a bit more bean (we like our beans around here!), so we added 2 cans of pintos to the pot.
It was tasty...
It wasn't the best chili I've ever had (that title belongs to my Papa... his chili is to die for!), but it was good and filling on a cold day!
Thanks so much!
Loved the Chili. I made it in a crock pot and let it simmer on low for 6 hours. Came out GREAT!
If you are looking for a sweet chili, this is a great choice. This, however is not the recipe to select for the smoky chili fans in the house - I made the full serving for 4 of us, and although we all agreed it had a good taste, we prefer a the flavors of a fumy-type chili than what comes through here, and did not go for seconds.
Ok chili. Really hot for some reason. This was not the best chili. Will not make again. Thanks.
this is yummy!!! i served it in a bowl with a spoon! thats all you need.
I made this recipe for a chili cookoff at a friend's house, and I won! At first I thought it was too sweet, and should have substituted like the other reviewers had, but it still beat out my opponents.
Made this for DD(11) birthday! Had made it last year and she requested it for her b-day. Cooked kidney beans(don't like to use canned),had to use some chili powder(couldn't find chili peppers),used all ground beef(couldn't find beef sirloin)and used a little less brown sugar than called for. Even with those few changes this was still awesome chili! Every member of our family loved it!!!
I thought this was an excellent chili. There are so many different renditions out there, and I thought this one stood out with its unique flavors. Our only change was to use different beans (we didn't have enough kidneys in pantry). So instead we used a can each of white, garbonzo, black and kidney beans. Great recipe! My husband has requested that we make it again.
We love this recipe. The only change I make is to reduce the amount of brown sugar by half.
Seriously the best chili I've ever had or made. I also cut down the brown sugar to 2 TB - may just do 1 TB next time. But I found the sweet a good compliment to the heat. I was really drawn to this recipe because of it's lack of chili powder - which ruins chili in my opinion. I didn't use the sirlon & switched out two cans of pinto beans for the (light) kidney beans. It was AWESOME! I only used 1 serrano pepper & 1 jalepeno & it was super hot - & I can take some heat. I also simmered it for several hours and on day 2, LOOK OUT, it's even better! My 5 yr old who "hates" chili ate this like a champ after seeing how good we thought it was. (Used decaf but wasn't sure about the beer for her to be eating....???) THANK YOU! This is my new favorite recipe!!!!
Amazing Recipe, added a few twists though
A Pack of Diced streaky bacon, two tablespoons of molasses instead of sugar and two bell peppers chopped up
Great chili recipe. Liked using the chili sauce instead of chili powder. Will make this again!
I thought this was ok, but the BF wasn't the biggest fan. He prefers more of a generic nothing fancy plain chili. I may experiment with this another time.
Update: Just had the leftovers for lunch and it's so sweet I can't even eat it. Think I'll figure out something to add to it
This definitely is a different chili. Dh liked it well enough while I didn't care for it at all. I did substitite turkey for the ground beef but otherwise followed the recipe. Guess that's why they make chocolate, vanilla and strawberry.
My boyfriend and I just finished eating this Chili for dinner. I had prepared it tonight following the exact ingredients (maybe a little less brown sugar) and it turned out absolutely fantastic!!! This will be served next Saturday at my boyfriend's birthday-party again and I hope our guests like it as much as we do. Thank you for sharing this awesome and simple recipe!!
Fabulous chili! It was indeed the best I'd tasted. Served it with cornbread and a dollop of sour cream on top. Left out the 4 chili peppers and subbed chili powder for chili sauce, and it still tasted great. :)
AH, come on.....beans, canned yet? Obviously those who rated it best must be Yankees. WAY too sweet, NO real kick, the Fire Department wouldn&#039;t show up for this recipe, come to think of it neither would the Judges,
I have never written a review before although I have made some very good recipes from this site. This chili is simply AWESOME. It is our all-time favorite. Budweiser Chili was our number one, but this chili has replaced it. I doubt I will ever try to make another chili recipe again. This is our "keeper."
This chili is very good! I've made it a few times now and it's a hit each time. I also call it "kiss up" chili because I made it for my BF to take to work for his boss, who is a Texan and chili lover - he raved about it for days :) I only use 1/4 cup of brown sugar, have used 1/2 ground turkey 1/2 lb ground beef, and have subbed lite beer for dark (or not used beer at all). I also add a few jalapenos or a habanero pepper depending on who's eating. I usually add bell peppers and/or mushrooms at the end stage of cooking. It's a really versatile recipe. I really think the coffee is a MUST and gives the chili that "special something". Thank you for posting!
The longer it sits in the fridge, the BETTER it gets! My go-to favorite now. Thanks AmandaAOates!
I gave this recipe no stars. It was horrible. I can deal with sweet but it felt as if I was eating beans backed in coffee. I followed everything on the recipe and spent a lot of money to buy all the ingrediants, just to be dissapointed in the end. Nothing like I expected. Major not bueno!
I really enjoyed this, I wasn't sure what to expect given the unusual ingredients (and my husband was very suspicious) but it turned out so nice. Great recipe - thanks!
This really doesn't need my help, but yes, this WAS amazing Chili! Might truly be the best we've ever tasted. Loved the combo of meats, and spices. Was a little afraid of the sweetness, so I just used 1 Tbsp of Splenda brown, and I won't increase it next time, for our palates, it was perfect. DH isn't big on super spicey, so I just added 1 Serrano Chili and that was hot enough for him! Overall, a real winner. Certainly our new Chili recipe! Can't wait to have it again tonight!
Very good but I don't think I will use this in the Chili contest. Oops, made it again, too tomatoie for my tastes.
I've never been very good at making chili; however, this recipe intriqued me. The first bite my son took....he looked at me with very wide eyes and I thought, "Oh crap! I've poisoned him." Not the case. He told me that he never, ever wants me to make another chili recipe except for this one. This was the best that has ever been made around this house. Thanx!
Best chili?? Not even close. Didn&#039;t even taste good until a good bit of doctoring. Too dark, too sweet. Tasted nothing like chili is supposed to. I made several changes to the recipe should I ever try it again: Reduced the brown sugar to 1TBSP, reduced the cocoa to 1tsp, added 1 tsp of chili powder and omitted the beer. To offset the incredible amount of beans, I needed to add two more cans of tomatoes. 4 chili peppers? Too much heat if serving children. &lt;br/&gt;Recipe corrections: &lt;br/&gt;1. Coarse ground beef works better for chili than ground beef. &lt;br/&gt;2. A can of dark beer? What size can?&lt;br/&gt;3. A can of beef broth? News flash- They make more than one size. &lt;br/&gt;4. Ground coriander, not just coriander.&lt;br/&gt;5. Chopped chili peppers should be listed as &quot;Optional&quot; &lt;br/&gt;&lt;br/&gt;Your Directions left out when the chili sauce gets added.
I read some reviews that said they made it in a crock-pot and it turned out great, so I tried it too...but it turned out so liquidy that I doubled the meat and it still turned out looking like a soup. I wonder if more liquid might have evaporated better on the stove? I will try that next time. Flavor was fine but I expected the beer, coffee, and cocoa flavors to come through a bit more. I couldn't notice them at all.
Great tasting chili! I used 3 tablespoons of brown sugar since others had said it was rather sweet. I also used only two cans of beans. I didn't use the chili peppers, but am glad I didn't because I still thought it was a bit too spicy for my taste without them. Next time I will cut back on the cayenne. Overall, nice rich flavor and worth making again. Thanks for posting!
I also used this KILLER recipe to enter and " WIN " a chili cook off at our Campground which we enter every year...there were over 20 entries and this won 1st ...it was loved by everyone and like all the other reviews for this recipe ...the people were all surprised with the ingredients...so this is definitely The Best Chili You Will Ever Taste...one side note I also lowered the brown sugar and added molasses
This is a really good chili! I loved the flavor of the beer, coffee and chocolate additions in this recipe. The chocolate gave it such depth. Made just like the instructions say and you will enjoy this wonderful recipe as much as we did. Very VERY good! Don
First attempt at homemade chili. Loved loved loved this recipe. Perfect combo of sweet and heat. Did follow the suggestions of others and cut back a little on the brown sugar (3 T). Thank you for delicious chili!!
Outstanding chili with a flavor that is far different from typical chili. Imagine- a chili recipe with no chili powder! I used only two cans of beans and added three finely chopped jalapenos for a little heat. This was the winning recipe at my school's chili cook-off this month! I thought the sweetness was a welcome change from the chili I've been used to. Folks who might not like theirs as sweet could cut down on the brown sugar and still have a delicious chili.
